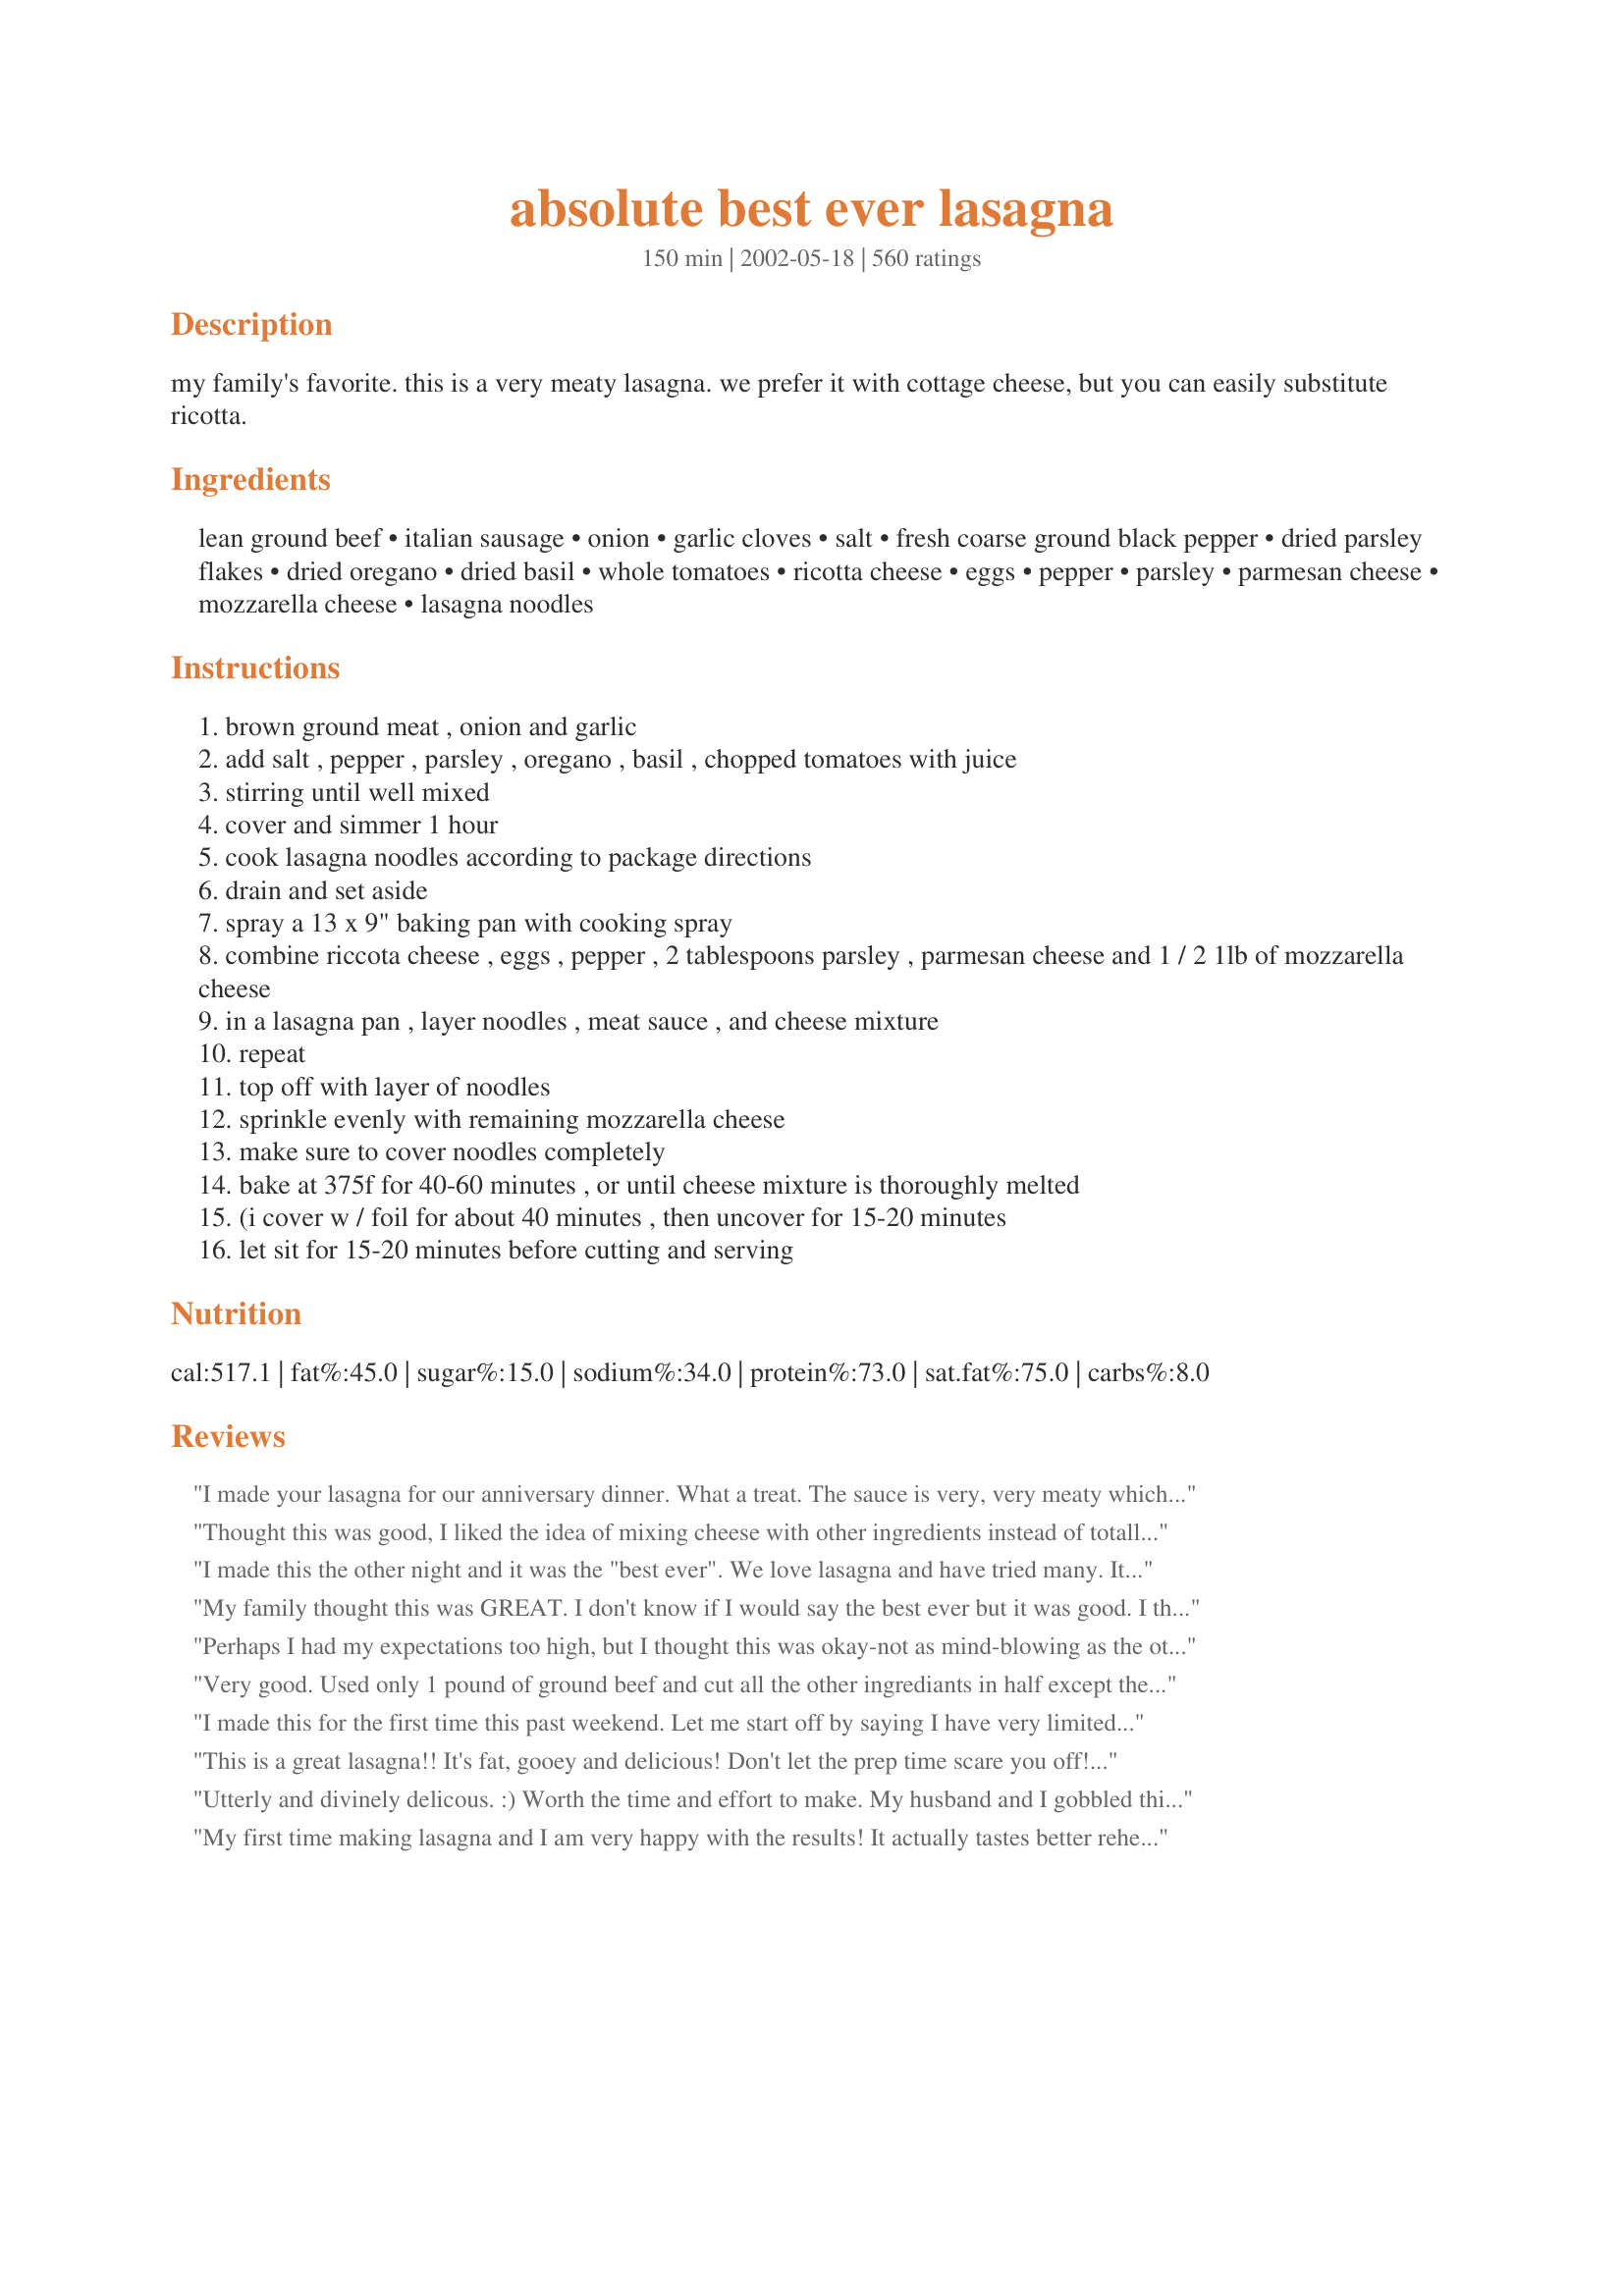
absolute best ever lasagna
Preparation time: 150 minutes

my family's favorite. this is a very meaty lasagna. we prefer it with cottage cheese, but you can easily substitute ricotta.

Ingredients:
lean ground beef, italian sausage, onion, garlic cloves, salt, fresh coarse ground black pepper, dried parsley flakes, dried oregano, dried basil, whole tomatoes, ricotta cheese, eggs, pepper, parsley, parmesan cheese, mozzarella cheese, lasagna noodles

Steps:
brown ground meat , onion and garlic
add salt , pepper , parsley , oregano , basil , chopped tomatoes with juice
stirring until well mixed
cover and simmer 1 hour
cook lasagna noodles according to package directions
drain and set aside
spray a 13 x 9" baking pan with cooking spray
combine riccota cheese , eggs , pepper , 2 tablespoons parsley , parmesan cheese and 1 / 2 1lb of mozzarella cheese
in a lasagna pan , layer noodles , meat sauce , and cheese mixture
repeat
top off with layer of noodles
sprinkle evenly with remaining mozzarella cheese
make sure to cover noodles completely
bake at 375f for 40-60 minutes , or until cheese mixture is thoroughly melted
(i cover w / foil for about 40 minutes , then uncover for 15-20 minutes
let sit for 15-20 minutes before cutting and serving

Reviews:
I made your lasagna for our anniversary dinner. What a treat. The sauce is very, very meaty which is how my husband and I like it. Sometimes, at restaurants, it is hard to detect any meat at all in the sauce. Great seasonings and the cheese adds a delectible richness. I do recommend letting the lasagna sit for about 15-20 minutes before serving. Otherwise it is a little runny. I have found that to be true with all the lasagna recipes I have tried. A gem of a recipe. Thanks.
Thought this was good, I liked the idea of mixing cheese with other ingredients instead of totally seperate, but I really think I like using the ricotta better. I will try it again using ricotta and adding a tad bit of wine.
I made this the other night and it was the "best ever". We love lasagna and have tried many. Its not that we dont like the others but haven't quite found "the" one. Well now we have found "the" one. This is a great tasting casserole that i served with a lettuce salad and garlic bread. Superb........Stephanie
My family thought this was GREAT. I don't know if I would say the best ever but it was good. I think my only problem with it was because I am use to using ricotta cheese and tried cottage cheese this time. Next time I make it I will give it a try with ricotta cheese. I will tell you that the beef mixture with the spices and tomatoes was REALLY REALLY good.
Perhaps I had my expectations too high, but I thought this was okay-not as mind-blowing as the other reviews. I followed the recipe to a tee and although good, I certainly have had much better. Giving a recipe 5 stars means perfection...and I am afraid to say I didn't go for seconds.
Very good. Used only 1 pound of ground beef and cut all the other ingrediants in half except the onion and garlic and baked in 9X9 pan.
I made this for the first time this past weekend. Let me start off by saying I have very limited cooking skills. However I decided to give this a try and let tell you, it turned out amazing! I used ricotta rather than cottage cheese. This recipe will rival any lasagna. Just incredibly good hearty lasagna.
This is a great lasagna!! It's fat, gooey and delicious! Don't let the prep time scare you off! Once you get the meat/tomato sauce on to simmer, it's an easy fix! Thanks!!
Utterly and divinely delicous. :) Worth the time and effort to make. My husband and I gobbled this up and had incredible leftovers for a few days. I've never loved leftovers more! Thanks NurseDi, this one is a winner...
My first time making lasagna and I am very happy with the results! It actually tastes better reheated. The top noodles got crisp and leathery so next time I make this I am basting the top layer in sauce and covering with foil for half the baking time, then adding the cheese and baking the remaining time uncovered. I used fat-free cottage cheese, 6 garlic cloves, added about a tablespoon of nutmeg and made my own Italian pork sausage before hand. I will be making this again many times I am sure. I think I will increase the cheese sauce some and will try adding a few dollops of sour cream and some Munster cheese to the cheese sauce mixture for more creamy richness and flavor. I will also need to improve on my Italian sausage recipe.
Awesome Lasagna recipe! I took this recipe and made it for a OAMC session. I then made it into two smaller casserole dishes for two lasagnas and they were overflowing with the food. I then froze both, thawed one all day and baked it according to directions. Tasted fabulous and I was able get 8 large slices out of one casserole so with both I have 16 servings vs the 10 the recipe estimates for servings. I will definately be making this again.
I made this lasagna for my inlaws when we were visiting them, and we all ate the leftovers for 3 days! It was delicious! I too added a bit of spinach to the cheese mixture just to add a bit of color and flavor. It got so many compliments!
Yummy lasagna! I did use regular spaghetti sauce instead of making it, though. Next time, I&#039;ll put it in a bigger pan because I didn&#039;t have room for everything in my 9x13. Thanks!
Great lasagna recipe!! My family and I don't care for cottage cheese or ricotta cheese so we left that ingredient out; it didn't affect the recipe at all. As others have said, the lasagna should sit for 15-20 minutes after it comes out of the oven because otherwise it is a little runny. This recipe is definitely a keeper in our "Great Recipes" book! Thanks a lot NurseDi! :)
This really is the absolute best ever. My picky husband loved it! I didn't use sausage and instead used all ground turkey.
I also used half ricotta and half cottage cheese, as well a 1 lb. of Italian sausage and 1 lb. of ground turkey meat. I threw a bay leaf in the sauce as it simmered. Good stuff, I had some for breakfast too!
Made this recipe before. Friends and family love it! Made extra meat sauce and served it on the side. I also added extra mozzarella cheese between each layer. It's really was fantastic
Ill say Best Ever Lasagna! Made it with half Italian sausage (minus the casing) and half mince. Used ricotta cheese. Was creamy and beautiful. My mother, who isn't a "believer" in recipes, had to eat her words after trying this. Definately one to impress the flatmates with..!
OMG this was the best lasagna we have ever had. My DH said this is the recipe he has always wanted to make. He said if your DH hadn't married you for this recipe, he would have! THANK YOU for this recipe, I will always use this for spaghetti sauce and every other pasta sauce.
The best indeed! I followed recipe exact, but due to limited time, I used no cook noodles and added a cup of water to the sauce after it simmered for an hour. Turned out yummy! Can't wait to make again for company...thx!
I made this recipe for company the other night and everybody loved it. I, personally, usually opt for quicker recipes but this recipe was worth the time that it took to put together. I will certainly make it again for company though probably not just for a weeknight dinner.
Now trying not the greatest cook, but egg in lasagna first for me, give outcome later. ?
Made for friends and family to rave reviews. What a delicious lasagna!
Yes! this is very good. I even had to cut the simmering time to 30 minutes, used whole wheat lasagna noodles, and used roasted crushed tomatoes and it came out fantastic!
Amazing! This recipe made me look like a pro :) Added some red chili flakes to the sauce to spice things up. I'll definitely be making this again.
Excellent recipe! My DH loved it! I used a little less meat because it was all I had. I also used 2t each of the herbs. Thanks for a great recipe!
Is the amount of tomato paste correct in this? It seems to be a lot. Unless tomato paste is different in the U.S. to Australia? Really want to make this though. Would really appreciate any help
I was looking for a lasagna recipe that I had made before. I forgot to save it and couldn't find it in all the lasagna recipes on here. After spending way too much time searching, I decided to make this one instead because of it's rave reviews. While everyone thought it was good, no one went back for seconds. It worked in a bind though. Thanks.
Incredible recipe. It is moist, combination of flavors is spot on, it is moreish, very filling and the whole family loved it. I followed the recipe pretty much exactly (took a bit of liberty with the herbs, spices and parmesan) and it turned out awesome.
I have made this ALOT! It is my familys fave! The italian sausage makes it taste amazing and add's so much flavor! Thankyou for the amazing recipe.
Yup. The title didn't lie. Even my mom agrees. Best ever. I think the other &quot;crunchy&quot; reviewer forgot to fully cover with foil while it cooked. I bought cheap, generic lasagna sheets and they cooked just fine. (40 minutes in steam would cook any pasta. Lasagna or not.)
Wow! Delicious...I used half ground chuck and half lean ground beef because that is what I had but I am excited to try it again with the sausage. Also, we enjoyed the taste of this with the cottage cheese but I can't say that it made the dish one way or the other so I would say the ricotta and cottage cheese are pretty interchangeable here. Also, I used no boil noodles and the ones on top didn't really cook because I didn't put more sauce on top so if you do opt for no boil then put more sauce on the last layer and then the extra mozzarella. Thank you!
This IS the absolute best ever lasagna! I made it in my 9x13&quot; rectangular crock pot, didn&#039;t boil the lasagna noodles, and added a cup of prepared pasta sauce over each layer of meat sauce to compensate (for the unboiled noodles). My family loved it! Will definitely add this to my list of favorite recipes!
My daughter and I made this for a dinner which her new boyfriend attended. He was impressed and everyong enjoyed it. Left out the sausage, used canned spahgetti sauce. Thanks Di!
This was really good but the there should not be a layer of noodles on top. It should have had sauce then cheese. The noodles got super hard and the cheese became one with the noodles so you lost the ooey gooey effect. Great flavor, but missed the mark with the execution.
Excellent Lasagna. Used ground corn & clover fed venison instead of ground beef and it turned out phenomenally. Thanks for sharing the recipe.
After reading all of these 5 star reviews I thought this was going to be insanely good. Unfortunately, it&#039;s just a run of the mill lasagna. I didn&#039;t find anything special about this. It wasn&#039;t saucy enough (on the drier side than I like), not enough cheese (not gooey!), and the meat mixture was pretty standard. I&#039;m moving on to find a better recipe. Unfortunate too, since making lasagna is time consuming I was hoping for better.
I served this for a Holiday party. Both kids and adults loved this. The only comment that I received was that they wanted more meat. I didn't use cottage cheese as that's not a favorite in this household. I used a mixture of milk, marscapone and eggs instead. It was wonderful!
I have made this several times and it has always been a bit hit, but last night a friend of ours who has the hardest time asking for anything in her life called me and said, do you know what i want for my birthday this year (normally the most depressing day in her life according to he). - no -- a tray of your lasagna -- that she could ask for it was amazing and it reminded me to say thank you -- sometimes food not only tastes good, but it heals.
FANTASTIC! My fiance said &quot;don&#039;t change a thing about it&quot;. That means alot coming from a chef! The batch lasted the two of us forever and I ended up having to make more sauce (which I actually added more sausage to)! I topped it with homemade alfredo sauce and now this is going to be a staple. Definitely going to freeze 1/2 right away next time though! I would say if you like a heaping of red sauce on top then 1.5 times the sauce recipe (at least!)! OH! And 12 lasagna noodles are PERFECT for a 9 x 13 pan! What the heck am I gonna do with the extra 6 that I made?!!! Oh, Drown them in the extra sauce! YUM!!! Seriously, no doubts about this recipe.
PS. I used Ricotta cheese and a Parmesan/Romano blend and spicy Italian sausage. I&#039;m gonna use a bit more italian sausage next time though! That was the ONLY criticism from the man!
Hands down this is by far my favorite lasagna recipe. It's easy and always turns out perfect. My grandson requests it several time every month and it's the number one request at family get togethers.
Not the best lasagna ever, but good. I added about 3/4 cup thawed frozen spinach to the cheese mixture, but followed the directions other than that. Will probably make again. Thanks for sharing.
I used 2 lbs ground beef instead of 1.5lbs ground beef &amp; .5lb sausage. It turned out really delicious but I felt like it did not have quite enough salt. Great recipe but if you are omitting the sausage, then you may need to increase salt.
I have made this lasagna a few times, and very time it turns out amazing! The only change I make is I use all lean ground beef in place of italian sausage. My husband and daughter love it!
great flavor. I like to think we are geting lots of vegetables in every meal so I added diced spinach, mushrooms and zucchini and my kids didn&#039;t pick anything out. That&#039;s a change.
One word de-li-cio-so!
What can I say that hasn't been said, This is GREAT Lasagna.
Love the Combination of meat in the sauce. I used fresh Lasagna noodles. Very Good,I will be using this Recipe when I make Lasagna. Thank you for posting. ;)
This was an amazing lasagna, and I got nothing but compliments about it. I used the no boil noodles, although I wasn't sure I should, but it turned out fabulous. I let the sauce simmer most of the day, and used fresh mozzerella. FABULOUSO!!
This really is the best lasagna ever.
Easiest recipe to follow ever! I haven&#039;t made homemade lasagna in years and it came out perfect! I love the Italian sausage and beef combo. I used half and half cottage cheese and riccata with a can and a half of water in the tomato paste can. I topped the noodles with sauce and the cheese. Baked covered in Gould for 40 minutes and then without for 20 just as the author suggested. Delicious!!
Excellent recipe with a few simple tweaks. Added a cup of tomato sauce and a cup of beef stock to the sauce to make it just a little thinner and changed the layering order to end with noodles, cheese mixture, sauce and lastly cheese, to keep the noodles from getting too dry on top. Also baked for 25 minutes covered, then 25 more uncovered. Very easy basic recipe to customize to your own tastes (I added just a hint of red pepper flakes and about a teaspoon of crushed rosemary). Needed a few too many adjustments to be 5 stars, but still a wonderful, tasty recipe for anyone looking for a good starting point!
Fantastic! Very meaty lasagna. I used ground turkey instead of ground beef and whole wheat noodles, but otherwise kept everything the same. All seven people at our dinner (4 adults and 3 kids) raved about the delicious lasagna. We served it with a big Caesar salad and Garlic Bubble Bread #21547. Yum!
Amazing!! Sauce is what does it! I halved the recipe too, and it still turned out. I tweak it a bit, more for my tastes. Adding some sugar and extra garlic. I kept the large can of tomatoes, but purchased the chunk kind (I didn&#039;t feel like cutting them myself). And, of course extra cheese. This recipe can be altered in many ways, that will not affect the flavors. I will for sure use this again!!
I'm italian as well as have lived in Italy so it's hard to please me ;) But this is def. a wonderful recipe and super easy to make!
Simply delicious! This will be my family's only lasagna recipe. I did make a few minor changes which I am sure did not affect the outcome in the least bit. I used a pound each of sausage and beef and I also substituted half the cottage cheese with ricotta. Knowing me I probably added more garlic, too. My guests all said this lasagna was superb!
Thank you so much for this awesome recipe! I prepared it for a church fellowship meal for about 50 or so. Everyone raved over it and requested the recipe. Definitely a keeper. I made no changes, just multiplied the recipe to feed a crowd :)
Wow! This WAS the "Absolute Best Ever Lasagna"! I followed the recipe exactly, and served it with a spinach salad and garlic bread. It was much thicker than the lasagna I usually make, and wonderfully meaty and moist. Thanks for the recipe! This will be the one I use from now on when I want a great lasagna!
This was very bland and dry. After spending all of the money to make this dish, I was very disappointed. It needs a red sauce. The recipe only calls for 2 undrained cans of whole tomatoes. Even at an Italian restaurant, lasagna has some kind of red sauce in it. Once baked, it looked very pretty, but taste was disappointing.
I made the recipe as written except that I used ricotta and I didn't have the tomatoes for the sauce, so I used a jar of Prego (1lb 8oz) instead. I thought that the sauce looked good as far as amount and consistency. Ok, I'll admit that I had difficulty with choosing the right size pan. I have a metal 9x13, but that seemed too small, I was afraid my glass 11x13 had sides that were too small - plus it was too much overlap with the noodles. I chose a larger glass pyrex that I have - it's about 10x14. I thought that leaving off with the noodles was strange, but I figured the sauce would come up and around during baking. It didn't, and the top was all hard and dried out. Although the fillings/layers covered the area, they were thin, and the result was a very dry, crumbly lasagne. I couldn't taste the sausage. it was very disappointing. I had about 2/3 of the pan left after dinner (for 5). If I made it again (and that's a big if), I'd probably opt for the smaller 9x13 pan and put sauce on the top before the cheese.
this is truly the best that I have tried in 63 years! Lots or options to make it your own, family loved it!! True 5 stars yall
UBELEIVABLE!!!! i am not a cook perse but this is the best lasagna i have ever tasted much less made..better than my mom's which i always considered the best lol...shhhh dont tell her hehe.my changes were half ricotta (cuz i LOVE it!) and the other half of the amount i used cottage cheese, i also added 2 tablespoons of brown sugar (i love sweet pasta), also sub 1lb of turkey insted of 1 1/2 ground beef..next time i think im going to try the sweet italian sausage..curious as to how that would be..thanks for this incredible recipe and making it look like im a seasoned cook!!!!
YUM. Made this polenta instead of noodles and all italian sausage, no beef. So tasty.
Husband liked this more than me. I used the Barilla no boil lasagna noodles which I would never do again. The noodles just kind of disappear in the lasagna....you can't even really tell there are noodles. Consistency is different. I thought it pretty much wrecked it. I would probably make again but would change some things to our liking. I would cut down on the onion...I thought it added too much sweetness in the sauce, for me. I also will probably switch to ricotta instead of cottage cheese. I also used Parmigiano Reggiano which is wonderful if you have never tried. I also changed the meat by using a pound total of ground beef and the italian sausage. I also put approximately a four inch squirt of anchovy paste to add more flavor to sauce.
I have not tried this recipe yet. Having read some of the reviews I need some clarity. Does it mean undrained for the whole tomatoes to add the liquid? Do I drain the browned ground beef mixture or leave the grease? It sounds good but I&#039;d like a complete recipe.
We just finished dinner less than 30 minutes ago and I'm already posting a review. I've made lasagna before but it never came out right. This was excellent! I added some chopped portabella mushrooms and red pepper flakes to the meat mixture then added a package of frozen spinach to the cheese mixture. Great recipe, my family enjoyed this!!
Love it - it's the only recipe I'll use for Lasagna. I don't normally eat leftovers but this I look forward too. Thank you for sharing.
Now this is truly outstanding. Absolute best is right. The sauce is they key. The combination of ground beef and Italian sausage is brilliant. Lots of oregano and basil too. Very rich with cheese too. We LOVED this and believe me, I am spreading the word. Thanks for posting this.
I personally think that this is a fantastic recipe. Thank you for sharing. As far as GRITSgirlie&#039;s comment in April. Yes, you misread the recipe.
Oops, I forgot to review this. I made this for daughter's baptism and it was a big hit. The taste is excellent. I have tried numerous lasagna recipes searching for the "perfect" one. This is by far the best I have tried. I prepared this the night before and just popped it into the oven when we got home from Church.
I am posting this review to inform others &quot;what not to do&quot;.&lt;br/&gt;I prepared the sauce the night before so the flavors could blend.&lt;br/&gt;Knew right away the sauce was right on target. Loved the smell of it and the thickness.&lt;br/&gt;Mistake #1 I added like 1/3 cup red wine. (habit)&lt;br/&gt;Preparing. Mistake #2 I used fresh mozzarella.&lt;br/&gt;&lt;br/&gt;End result, not terrible but a bit too much moisture..my fault.&lt;br/&gt;I will make again and stick to the recipe.&lt;br/&gt;Usual reviews are I added this, I did this, I did not use this...&lt;br/&gt;Great recipe, my results , my problem.&lt;br/&gt;PS My hubby shops, I cook. I knew the fresh moz...was going to be an issue.
OUTSTANDING lasagna!! This is a new staple in our house! Not too difficult to make, at least it wasn't for me. In other lasagnas I've had before, the cheese mixture in between the layers was always 'eh' and 'so-so' - this was incredible! If it weren't for the eggs in it, I would eat it straight by itself!! LOL! Thanks Nurse Di, this is a REAL winner!
No offence to the author of this recipe. I don&#039;t like putting down other peoples&#039; taste but this was terrible! It was dry and the top noodles and cheese crisped into a shingle like consistency. Good thing being is that it allows me to make a &quot;redemption&quot; lasagna from a better recipe. Don&#039;t waste your time on this one unless you aren&#039;t familiar with &quot;good&quot; lasagna.
Very Awesome Lasagna, absolutely awesome!
You made me look like a MASTER CHEF!

I followed the directions to a T, with 2 exceptions. I used ricotta cheese instead of cottage cheese. I also used 2 tbsp of Italian Seasoning.

Next time I will add some dried chili flakes to give it some heat.

My DH said it was the best lasagna hes ever eaten.
Awesome!!! I made this for dinner last night, and it was a huge hit. I did, however change the recipe a little. Instead of the recommended amounts of meat, I put in one pound each of the ground beef and Italian sausage. I also put in four cloves of garlic. I will definitely make this again!!!
Im so sorry, and I am not trying to be mean, but this was awful. We&#039;re minorities, so we love seasoning. I tried this the way it was because of the reviews and it smelled amazing. When everyone bit into it their faces told me, This is gross. I tried to doctor it up, and nothing worked, never again. I will say Now that I have the basics down I will try my own recipe next time. Thanks for posting.
This just became my new &quot;go to&quot; lasagna recipe which I&#039;ve been hunting for. It is delicious, simple and the flavours aren&#039;t complicated, which I appreciate...it is a great old school meaty/cheesy lasagna!! My husband &amp; our friends agree, &quot;throw away your other recipe&#039;s that you&#039;ve clipped, saved or copied from someone, this is the one&quot;. Do try the recipe as is the very first time (it appears as though the author has edited it &amp; updated it based on other reviewers comments, so trust it, it is current and easy to follow) but also be creative and make it your own next time by adding spinach and/or nutmeg to the ricotta mixture...or replacing some of the meat with chopped portabella mushrooms. Regardless of how you make it your own, keep this recipe as your base. It is wonderful and delicious!
We loved this!! I added the cottage and ricotta instead of one. It was amazing.
After 20 years of marriage and making lasagna, I finally got a &quot;hey, you should write this recipe down.&quot; I followed recipe as is, but used grass fed beef and whole wheat lasagna noodles (uncooked). I added a tomato paste can and a half of water, and put sauce in the pan first, followed by the raw noodles, then the layers as specified. I took the advice of others and cooked 35 mins covered and 25 mins uncovered then let it sit for 15 mins outside of the oven. My secret.....use San Marzano tomatoes. If you haven&#039;t tried these, DO IT. Worth every penny. Oh, also added about a teaspoonful of brown sugar to the sauce. Delish!!!
Dis&#039; be da Judge ! Yes&#039;sa ! Dis&#039; be da judge !!!!&lt;br/&gt;Mmmmmmm .... Mmmmm !!! Slaps ma&#039; Mammy and calls me .... Da Judge !!! &lt;br/&gt;&#039;Dis be juss .... &quot;Laripin Goooood !!!!
Fantastic flavor! I made according to directions except used a slightly smaller container of ricotta than called for. Next time I&#039;ll use a larger container.
I served this for my family and friends last night. It was really good and the husbands went back for plentiful seconds! I love the flavor and texture of it, very creamy and moist. I even used the no boil noodles. I prefer my lasagna more "saucy" so I didn't give it 5 stars, but still very good!
Thanks Ratherbeswimmin! Seriously, this is the best I've ever made and I'm VERY picky about lasagna! I think a lot a lasagna recipes have a sauce that's much too sweet and not cheesy enough . This was exactly what I was hoping for! For years Iâ€™ve been using Better Homes & Gardens Classic Lasagna recipe thinking it was the best until I found this one. Iâ€™m confused by those who think this was way too salty. Maybe they put in a tablespoon instead of a teaspoon. The only change I made was to add some muenster cheese, just because I like a lot of cheese and I only used two layers of no-bake noodles. I think simmering the sauce for as long as you recommended was a real key to the taste. Excellent! This will be one I will pass on to everyone!
Yep! It's the best lasagna ever! I think we have a new tradition for Christmas dinner. I assembled it yesterday. I used 1lb. of ground turkey and 1lb. of spicy pork sausage, cottage cheese and added a little more seasoning to that mixture, crushed tomatoes instead of whole. I only had one can of tomato paste, and used no boil noodles. I added about a up and a half of water to the sauce as per the directions on noodle package . I like sauce on the top, so I just saved some to use on top. I baked it covered for 1/2 hour and uncovered for 15 mins. It came out PERFECT! Thanks for sharing this fantastic recipe.
I've made this recipe quite a few times now. Its always a super hit! The best recipe for lasagna I've ever made and now this is the only one I'll make. Thanks for posting it!
this is very very good very good flavor makes the kitchen smell good when making thnaks for sharing
Have used a similar recipe for years. For the sauce, I use an 8oz can of tomato sauce, and 28oz can crushed tomatoes, and only put sugar, salt, parsley and basil in it. Simmer uncovered for 45 minutes. Put the oregano in the cottage cheese/ricotta mixture (I use half and half with no egg). I add a little sauce to the pan, and then layer no bake noodles, meat sauce, mozzarella, and cottage cheese mixture. I bake it at 350 uncovered for 45 minutes
Delicious! Made exactly as written! Thanks!
The recipe is ok but no Italian I know uses Cottage Cheese.
This was SOOO good!!! Will make again. I used half ground chuck and half sausage, also did half and half with the cottage cheese and ricotta. Thanks for sharing!
Very good =)
A wonderful recipe. I love that there is enough sauce and enough cheese filling so that there is no skimping as you build the layers. I used turkey sausage and extra lean ground beef, and all the cheeses were lower fat. I also used whole wheat noodles. It would be great no matter what you used. This will be my go-to lasagna recipe.
This is our &quot;traditional Thanksgiving lasagna&quot;!! My kids are not big turkey eaters, but, as good Italian children, lol, they love their pasta. This year my son is in his 2nd year of college, and he&#039;s looking forward to coming home for Thanksgiving -- especially for this lasagna! And it&#039;s even better as leftovers! :) With 8 of us for dinner this year, even with an 18 lb. turkey, I&#039;ll be making a double batch. :)
Wow is right...wish I could this a 10 star rating..definitely the best lasagna recipe I have ever tried...don't think I will try any other ones. The only adjustment I made was to add a paste can of water..my sauce up to that point was very thick..thank you for sharing this wonderful recipe...Carrie
If you&#039;re new to making lasagna--like myself--these instructions were a bit vague (unless I miss counted, the &#039;add the next five ingredients&#039; should have been &#039;six&#039; to include the tomato paste). I had to find a youtube video to make sure I was layering the dish correctly. It could have used more ricotta. The lasagna was good, but I found it a bit lacking in flavor. Next time, I will use to this recipe as base, but I will improvise.
This is a really good recipe! I looked at a few recipes before deciding on this one. Glad I picked the right one. My husband used to hate lasagna. Now he can&#039;t live without it (smile).
This was my first lasagna recipe. I made it two weeks ago and I&#039;m making it again right now. I made a few changes since I&#039;m a little picky. I only used ground beef, added sugar to the sauce and used Half ricotta and half cottage cheese. That made a huge difference. Best lasagna ever! Also layered pepperoni and olives as per my boyfriend&#039;s request. He loved it! This will be my go to lasagna recipe. Also I did not have tinfoil so I flipped another metal baking pan on top and lowered the temp to 350 and it worked fine.
We have just finished this for our supper and I had to come in and review it right away.The name is true for sure!I have been using the same Lasagna recipe for quite awhile now but was on the hunt for something better,this is it.The only changes I made was to use one can of tomatoes,which was still plenty and I added mushrooms and green peppers to the meat sauce.Thanks for such a great recipe!
It says brown ground beef and then add tomatoes. Do you strain the ground beef first? Or leave the grease?
WOW this lasagna is GREAT. I think the best i've ever had!
Tried it for my family didn&#039;t think I can do it even though I cut up itilian links in stead of putting in Italian sausage mixed with lean ground beef it still came out really really good the kids loved it and so did I. Easy and quick didn&#039;t know they had the skinner lasagna pasta that you don&#039;t have to boil that cut the time on the cooking.
I did enjoy this recipe the first time I made it, but the second time I added a few things.
I added a bell pepper, finely diced to the sauce, and a beef bullion cube for added flavor. I also added a few more cloves of garlic also a T of brown sugar. and in the cheese filling I omitted the cottage cheese and added ricotta and 1/2 C of shreded monterey jack cheese and 2 T of sourcream, a sprinkle or two of garlic powder.

Not enough tomato and sauce , too dry
I loved it, and so did the rest of my family. My husband doesn't like ricotta cheese, and I think the cottage cheese tastes better. I made it the night before, and re-heated it the next day. Thanks for a great recipe.
This was a definite hit in my house and my husband said it was worth at least ten stars. It is not difficult to make with impressive results. Thanks for the recipe.
Everyone had thirds!! One friend said his ex-wife's family owned an Italian restaurant. He said this was better than theirs and better than he had ever had. It was soooooo good!!
My boyfriend said this is better than his mother's, who is a fabulous cook and hard to compete with! Thanks!
I have made this several times and my family LOVES it! I sometimes double or triple the sauce ingredients and freeze some for later. Thanks for posting
This is the best lasagna! Everyone loved it! Thanks for a recipe I will be using for years to come.
By far the best lasagna i've ever made, this definitely replaces any other lasagna recipe I've used!
I did not find this recipes as mind blowing as I thought that it would be, but my hubby loved it. I thought that this was a very nice, very simple recipe that easily adapts to other people's preferences (like mushrooms/no mushrooms) and easily feeds a crowd. Give this a try and you will not be sorry.
We loved it ! My daughter thought it was better than grandmas. Being a single dad, if i can make this, anyone can! I know i'll be using this recipe again.
My boyfriend and I loved this recipe! The only thing I did differently, is I used the noodles that cook in the oven. You save time by not boiling them beforehand, and they are much easier to handle!
Today is my husband's gramma's 86th b-day and my mother-in-law makes lasagna every year for her. This year she lost her recipe and asked me to find something for her online. This was the closest one to her's and we all decided that it was way better then the one she always made... even my mother-in-law reluctantly agreed. To let everyone know she did exactly everything the recipe told her to do. WOW it was AWESOME!!
Very good! I made my sauce yesterday (your recipe) and put the lasagna together tonight when I got home from work. I had left over spinach dip so I put that in with the cheese mix kind of made it dump this in dump that in. Everyone has their own take on lasagna but this was really good. Thanks!! We really liked this! Winner! thanks swimmin, Nina
Very good lasagna. The only problem I have with it is the lack of tomato sauce like flavor and texture in the meat mixture. I think a can of tomato paste would solve that problem.
I made this again using Recipe #347336 for the sauce(I had it in the freezer). I put some of the sauce over the noodles and then topped with the cheese. Excellent lasagna. I had to make due with what I had on hand because of the nearly four feet of snow we have. Only had 15 oz. of ricotta, and six oz. tomato paste. I may save some sauce to put on top of the last layer of noodle then top with cheese as mine were very tough.
Great recipe! I have a real problem following recipes to a T, consequently my lasagna was sometimes good, sometimes not so good. This little gem is a god send for my family, NOW when we have lasagna it's ALWAYS good. Thanks for sharing this with us.
Oops - I rated a microwave lasagna that I used to get a sense of how long to cook in microwave instead of oven! This is the best lasagna I have ever made - I am not really fond of lasagna but my husband and I both enjoyed this very much. I increased tomatoes to match the additional meat I used and added some hot pepper flakes and about 1 tblsp of Italian seasoning blend. I also had leftover meat sauce that I look forward to serving over pasta.
Fantastic! I normally require a saucy lasagna (love marinara!), but this one was so good without having sauce drip out on all sides. Everyone loved it. Delicious! Thanks for the recipe.
Best EVER. Seriously. I've tried a few lasagna recipes in my day, and this is by far the best and SO worth the time spent. My sweet husband was very impressed. Thank you!!!
This is wonderful. I've made this several times, the first time I omitted the sausage completely and only used about 1 lb of ground beef. I don't like lasagna real meaty. It turned out wonderful. The next time I did use about 1/2 lb hot sausage along with the ground beef. Both times it turned out perfectly. I used Barilla no bake noodles and the result was just what I wanted. Thanks for such an awesome recipes! :o)
This recipe is amazing! I made it for the first time for my boyfriend and his father when we first started dating. His mother and sisters went to Mexico. Needless to say, I won over his father quick! Anyway, I now make it pretty regularly. The kids love it as well. I make it as written, except I double the seasonings and add a tablespoon of Johnny's salt. LOVE!
Followed the recipe. Didn't have a 'lasagna pan'. Came out dry and somehow the meat sauce lost favor during the baking process. I'm hoping it will be better as leftovers.
My first lasagna. Made if for Valentine&#039;s Day and my boyfriend loved it (and me!) Only change was to add 1/4 t. fennel seed and a tiny pinch of cayenne. Also tented it with foil while it cooked, and finished it under the broiler.
Let me just start by saying that I can't make lasagna. I don't know what it is, but I could never get it right. Until now! I thought this was soo good. It does take a little time, but thats fine by me! What was nice was that I had all ingredients in the house (except the sausage, but we still thought it was great). My dh brought some for lunch the next day and his coworkers were drooling! Now they all think I'm a great cook, LOL! Thanks NurseDi!
This is fantastic! I added a small can of olives to the sauce. It came out great! It was very easy & very tasty. Thank you!
This was best ever! Made exactly as recipe except used hunts 28 oz can pureed tomatos plus the two cans tomato paste because we like smooth sauce, no tomato chunks. Everybody loved it! Have found my go to lasagna recipe!
I loved this recipe using cottage cheese instead of ricotta cheese.
I am a real lasagne lover and have tried numerous lasagne recipes, I also have my own recipe that I adore but always want to try something a bit different. I loved how this lasagne has ricotta, I love ricotta but I found the ricotta topping to be very dry although I followed the directions to the T. Overall I found the whole lasagne to be very dry and lacking flavour. I had to add some stock while it was cooking because of the lack of liquid. I want to try this again but I&#039;m not sure if it&#039;s worth it. Considering I spent over $25 on the ingredients.
Hubby loves lasagna, so when I decided to make it, I wanted it to be a good one. :) While this is time consuming, it was well worth it. And besides, what really good lasagna recipe ISN'T time consuming? lol Made this as written. While I can't guarentee it's the 'absolute best ever', I can say it's better than the restaurant ones I've tried, and currently at the top of my list. :) Thanks!
This was delicious! I followed the very important suggestion below to cover the lasagna with foil for the first 20-25 minutes baking. I also followed the suggestion to use some portobello mushroom in place of 1/2 lb beef, since I wanted to eat just a tad less meat. I also found that I could have made 3/4 the amount of meat sauce and cheese mixture, because I was able to make an extra mini-lasagna!! Anyway, this was a great success overall and I am relieved, since I had never made lasagna before.
Very good lasagna! I used diced tomatoes instead of whole and ricotta. It was great. I halved the recipe and wish I made a whole one so there would&#039;ve been more left over. Very tasty! My husband said that he didn&#039;t taste the sausage in it so if u like more of that flavor add more. I thought it was perfect. I can&#039;t wait to make it again!
This is EXACTLY the same as the lasagna recipe I got from my best friend back in high school...in the late 60&#039;s. It is INCREDIBLE &amp; believe me, I&#039;ve made lots of lasagnas over the past 45 years! This recipe takes a bit more time, but what good Italian cooking doesn&#039;t? Leftovers freeze well too...if there are any. I&#039;ve even caught my dear SIL making a &quot;sandwich&quot; using cold lasagna, sliced into thick slices. Oh...be sure to use a deep straight-sided baking dish. The Bobby Flay line of stoneware sold at Kohl&#039;s has a very nice one with handles that is great for this lasagna. This recipe is so generous it will overflow a standard 9x13 glass pan. And be sure to let it &quot;rest&quot; about 10 minutes before cutting or it will ooze it&#039;s cheesy goodness all over the plate!
Excellent! I used VENISON and my husband said it was the best I have made and my daughter loved it! I didn't have any italian sausage but I will use it next time just to taste it. Otherwise, I followed it all (except I ran out of Parsley so only used about 1/4 of what was called for. The venison was a perfect match for the recipe, couldn't taste the game at all and we don't mix our meats when processing! This will be the recipe I use from now on!
i am going to give it a 4 star beause no one ask for me to cook it again even though we all ate two servings of it.
This was really delish dish! Whole family (even in-laws) had extra helpings. I used cottage cheese and a italian cheese blend on top and it turned out wonderful. Thank you for the recipe!
Far from the best lasagana ever. Mine turned out too dry. The canned tomatoes didn’t really cut it for a sauce.
My mother made the best lasagna in the world. She has been dead for the last 30 years and the recipe went with her. This recipe is a grand replacement for her's. Truly a GREAT one!
Wondered what had happened to 'Nurse Di'!!!!

Fixed this tonight for my wife and we both agree, it's wonderful.

Due to time restraints, had to cut back to 30 min on the 'simmer' portion of sauce, but was still as tasty as could be.
I have to fully agree with many others, an outstanding recipe. Simmering the meat sauce for the hour makes a difference in a lot of the flavor. Don't skip it. 
I cut out the tomato paste (watching my carbs). I used ricotta instead of cottage cheese. And I used fried zucchini slices instead of noodles. It's even amazing cold! Thank you for a wonderful recipe!
Felt that it needed tomato paste or tomato sauce
I have never made lasagna but love it so much. I have just always thought it was to much work. Well this is a great recipe. It is so delicious. I made it with cottage cheese. I cut the recipe in 1/2 since it was just my husband, my son and myself. My son (pickiest 7 yr old ever) ate 3 servings! The left overs were even more amazing. Defiantly a keeper and easy too. I will make this now all the time instead of frozen lasagna!
Okay I have to admit...I completely surprised myself tonight. My other half chose lasagna for me to make for dinner...the only problem is 1) I have never made lasagna, 2) I don&#039;t eat meat, and 3) I was going to have to use fresh herbs from the garden...which I really haven&#039;t done much. So making a real lasagna from scratch was going to be a challenge to say the least. Four hours later...er...dinner at 9 p.m...we sat down at the table and had some amazing lasagna and here is the biggest surprise of all, I ate some of it and liked it! Crazier things have happened, but this was a great surprise for me. Oh and we have a ton of the stuff left over so it looks like we will be having lasagna again tomorrow. We used fresh herbs from our garden and just added to the delicious flavor.
Next time I will add some wine to the sauce. It was good but not the "Absolute Best" we have ever had!
I've made similar tasting sauces, but what sets this recipe apart is the wonderful texture. The lasagne sets up beautifully and cuts like a dream. I did add a can of tomato paste water. I think the cottage cheese makes it more creamy than the ricotta, too.
I had decided a long time ago that I needed to try my hand at making my own lasagna. This weekend, I finally did it... and used this recipe. I was cooking for a crowd, and everyone loved it. My boyfriend - whose best friend&#039;s family is from Italy - even said it was the best lasagna he&#039;s ever had. I did tweak it a bit - I roasted a red pepper, pureed it, and added it with the tomatoes and meat while simmering. I also added some chili pepper paste, some black pepper, and some garlic salt to the mixture. Thank you for posting this recipe - I will be making it again for sure.
Fantastic recipe, very easy to follow, tasted great! I added a tsp of garlic powder to the meat sauce. The longer it cooks the better it tastes! I didn&#039;t cover the lasagna and this made the top noodles a bit hard, so definitely recommend covering it as per the recipe. Thanks!
Super Yummy!! I added a little more cheese though. Everyone loved it!!!
This is the recipe my mom used for years and I have continued using for 46 more years. It is the best ever! My husband likes it better than any he orders at the best Italian restaurants. It may not be authentic, but the taste is outstanding. I'm glad you shared it.
I have been teaching myself how to cook and thought I would give lasagna a try. I used this recipe after the enticing photos caught my eye. I was a little confused at the term &quot;divided in regards to the mozzarella cheese, and didn&#039;t realize there was an entirely separate pan made just for lasagna. However, I was able to make this recipe. It was really easy to work through - even for a beginner like me, and it was absolutely DELICIOUS! Thank you so much for the family recipe. Five stars over and over!
Very Nice Flavor - the only change I made to the sauce was to add 1/2 Tsp red pepper flakes and 1/2c dry red wine. If you use the oven ready lasagne noodles, you can layer it into 2 8x8 dishes and freeze one for later use...handy when you're cooking for just two people. Thanks NurseDi!
Good basic lasagna recipe. I however found it a little dry. I ended up adding more sauce, but that is a personal preference of my family. I used 1 lb ham burger and 1 lb sausage. I also adjusted the sauce seasoning to taste. Finally, given the concerns others had on the salt content I did not salt the sauce or meat, but did add salt to the cheese mix. I baked half right away and placed a second small pan in the freezer for later.
Dry? - definitely if you use the wrong type of noodle. Use &quot;OVEN READY&quot; pasta not regular which requires a lot more liquid
Thank you ratherbeswimming. This is the best lasagna recipe ever!! I had nothing but praise about it. This will be my go to lasagna from now on. I made it on a Monday and had it on Wednesday just to let the flavors marry. It was so flavorful so yummy!!! My hubby said it was to die for and my<br/>brother in law said 20 gold stars. Thanks again for sharing.
Wow! This was great.
This lasagna definetely upholds its name. I was never a big fan of lasagna, but with this recipe, I'm sold. Very easy and delicious. I used the canned diced tomatoes with oregano, basil & garlic even though the recipe has all three because I already had that in hand. I didn't use less herbs but it was not overpowering. Loved it, loved it, thanks for sharing!
I made this last night. It is the first time I have ever made lasagna and it turned out great. It says 2:40 for prep and cooking, as a beginner it took me about 4 hrs. total time. I compare this to Olive Garden, it is that good!! You wont be dissatisfied!
Made this for the second time today and loved it. Did make one minor tweak - I had errands to run, so instead of simmering on the stove, I put the sauce in the slow cooker on low for 4 hours. Worked out perfectly.
This lasagna was amazing the only thing I did different was used no boil noodles and put a little white sauce ontop of the ricotta layer. It was truly awesome!
It was delicious! We used half ricotta and half cottage cheese but otherwise followed the recipe. It's the best I've ever had, thank you for sharing the recipe! YUMMY!
Absolutely the Best Lasagna Ever....I was at work when my husband called and said we were having company for dinner. With nothing planned I googled "The best lasagna ever" and this was the recipe that came up first. It was delicious. I read back to one of the comments that said it was bland... They must have had their taste buds removed!!!
I didn't think it was possible, but this recipe was so good that it now replaces my mother's in my "everyday favorites" cookbook. We used Cottage Cheese....and I WAS going to take a picture, but it was gobbled up too fast. I really think you need to use Italian sausage because it adds such a great dimension to the flavors. Great job!!
I have used the same recipe for lasagna for over 40 years. I was never really thrilled with the flavor or appearance but my family and friends loved it. My DD asked me to make lasagna for her 35th birthday. I wanted to try this recipe to try it out. I did't tell her it was a different recipe until dinner was almost over and everyone was raving about it. It went over with nothing but compliments. I did use one 12 oz ricotta and one 12 oz large curd cottage cheese and extra mozarella (being from Wisconsin and living near a cheese factory has its perks). In taste and appearance this lasagna rules!
Very Good Dish. Hubby and I love it.
My husband said this was the best lasagna he has had! The only thing I changed was to use 1 lb of ground beef and 1 pound of regular sausage. Thanks for helping me finally make an awesome lasagna!
Wonderful! My husband scarfed this down fast and it's been great for leftovers! Definitely something I will make often in the winter.
My husband says to me on Wednesday morning, "Oh, by the way, I volunteered you to make a lasagna for my work. We're having a Thanksgiving dinner." Anyway, I went right to Zaar and looked up the best lasagna rated recipes and I decided on this one. Needless to say, the dish came home totally empty from his work. I wanted a piece of the leftover for another picture, but nothing left. I just wanted to make a few notes, more for myself for next time than anything else: I used 1 pound of extra lean ground beef and 1 pound of Bob Evans Zesty Hot Sausage Roll, 1 cup of chopped frozen onions from a bag, about 2 heaping tablespoons of minced garlic from a jar, 24 ounces ricotta cheese instead of the cottage cheese as that's what the hubby asked me for, reduced fat grated parmesan cheese and a 1 pound box of lasagna noodles. Thanks for posting such a fantasic recipe that I know I will use again and again...
Love love love this!!! Best lasagna recipe I&#039;ve ever made!
This the same recipe I have used for years. I don't measure so it never tastes the same. Somethings that I do to it are: rotel tomatoes for a little kick, crimini mushrooms, and spinache. I also double the ricota cheese filling. Everytime I make it for a gathering no one worries about thier diet.<br/>Tip: I think that the no boil noodles really take away from the dish. I use regular noodles and do not boil them, just layer them in uncooked.......fine dining.
My favorite lasagna recipe. I use it frequently. I did it 3 ways, just ricotta, just cottage, and a 1/2 and 1/2 mixture of both. I prefer the cottage the best. Making it today for our daughters family as she just had a new baby and could use a home cooked meal!
This was the first time I have ever made lasagna and it came out beautifully. I absolutely love the Italian sausage in it and it was pretty easy to make. I totally recommend this recipe to anyone who loves a good meat and cheese lasagna.
After reading several pages of review after review that this was the best thing they&#039;ve ever taste, I was sold. Had to try i. And my verdict? Honestly disappointed. I made it to the recipe exact. We found it on the dry side. Too much meat for me. Taste was certainly good, but nowhere near best ever. Quite disappointe.
I had never made a lasagna on my own before and thought it'd be more complicated. 
I *loved* the sauce and could happily have just eaten that over noodles.
My Husband said this lasagna was better than his Mom's...so Thanks!
(4 Stars because I felt it was missing something...though, I couldn't say what. I'll make it again, but play around a little bit with cheeses I think)
As written it is too dry. I would add lots more tomato sauce.
We love this one! We use sliced mozzarella, makes it VERY cheesy!
This was really good, my DH loves lasagna and he said it was&#039;t the best he ever had, he prefers my original recipe that I use, but maybe it was due to me not having all of the ingredients. I didn&#039;t have as much cottage cheese as it called for and it definitely could have been a little cheesier. I would definitely make it again.
This was very good. If you want to add another dimension of taste mix in a cup of hollandaise sauce to the Ricotta Cheese mixture and it just pops with flavor.
This was wonderful. I used a combo of ground beef and lean turkey sausage for the sauce. After one taste of that fabulous sauce, my husband said he could just sit down and eat the entire pot!!!I ended up cooking extra noodles and some extra sauce and made a regular sized tray for my friend who just had a baby. With the leftover noodles and what turned out to be not very much extra sauce, I made a smaller tray for my husband and I....boy am I glad I did. I ended up adding jarred sauce to the homemade and layered some baby spinich into the casserole to make it more substantial. It was delicious. I can't wait to make the original recipe again, without having to improvise with the leftover ingredients. I think it will taste even better!!!!
Our graduate student son is staying with us this summer. He commented that it was hard to mess up Lasagna. Then he tasted it. He ate his words along with your lasagna. Another great recipe nurse di!!
Ok so this is the 2nd time that I have made this Lasagna and it is my family's absolute favorite! 
I did use smoked sausage instead of Italian sausage. I decided to go with ricotta cheese. I kicked it up a bit with adding Pepperoni to the top layer then the cheese! Oh man it was so good this way and the pepperoni is my boys favorite part! Thanks for sharing this awesome and good recipe!!
This is the first lasagna that I have made that 'stood up'. I did however, add 2 cans of tomato sauce and used cans of diced tomatoes vs the whole tomatoes, just for ease of putting it together. After cooking I simmered in the crockpot for 2 hours. I choose ricotta cheese and we all loved it. Thx 4 sharing :)
Excellent but I used 1 lb of ground deer meat with the Italian sausage and mixed cottage and ricotta cheese. So good.
I thought it was a good basic lasagna recipe that is better then the "back of the box" versions I usually make. This is definitely a dish I would feel comfortable making for guests as I don't have a whole lot of confidence in my cooking skills yet!
I was excited to try this recipe, given all the great reviews. I followed the instructions and used the ingredients (in my case, ricotta) as listed. The lasagna came out very dry. I was really disappointed. The sauce is missing liquid. If I were to make it again, I'd add a large can of tomato sauce and maybe some beef broth.
I had to make a lot of changes because of what I had (or didn't have) lying around the house... I omitted the sausage and cans of whole tomatoes. Instead of tomato paste, I used a jar of ragu and a cup of water. I only had a small container of ricotta (16 oz) so I doubled up on the parmesan and added cooked broccoli. DH's mom is from Italy, so I have a lot to live up to and he LOVED this lasagna!! The only problem was the top noodles needed sauce on top because they got kind of hard. <br/><br/>excellent recipe, thanks for sharing! :)
Delicious and so easy to make. I tweaked by browning the sausage separately and then crumbling into the ground beef mixture. I also added garlic powder to same. I'm not a fan of ricotta or cottage cheese, so I reduced the ricotta cheese to 15 oz.. I made two small pans and am freezing one. Great recipe! REVISION: I've now made this lasagna several times with ricotta, and then with cottage cheese and prefer the cottage cheese! Not overpowering at all, although I still use only 15-18 oz. of cottage cheese instead of the amount recommended. I make this recipe at least once a month. :)
I made this yesterday as a special meal for my husband since he came from abroad and wanted to pamper him with his favourite dish :) It was more delicious than I expected and it really deserves more than 5 stars. I made some adjustments as per below but it turned out just as wonderful:<br/> 1. instead of Italian sausage, I used Milan salami as I couldn't find<br/> 2. I used 1/4 lb. mozzarella for the ricotta filling as I didn't have enough<br/> 3. I prepared some white sauce using milk, margarine, salt and flour and topped the lasagne with it. I became super creamy and I only used about 2 table spoons of mozzarella on top of the sauce.<br/><br/>Simply delicious and I WOWWed my husband with it :)
We absolutely loved this dish. I used 2 lbs of the Italian sausage and omitted the ground beef. I also added marinara sauce to the meat mixture. Delicious!!
I though this was an excellent Lasagna. I only had half as much cheese as needed, and used crushed tomatoes since it was on hand. The only reason I docked a star is because I thought it needed more seasoning and I did quite a few modifications. I did let the sauce simmer the full hour, but added additional spices and a good healthy glug of red wine. 

The rest of the family, including the kids really enjoyed it. Will be using this one again, but upping the spices! 

Thanks NurseDi!
I thought the meat/sauce combo was too dry and in turn made the lasagna MEH at best. I'll forego this lasagna in the future for another saucier recipe.
Excellant!! This was easy and fed my family for three days!! I made with ricotta and cottage combined and left everthing else the same. The top layer did get a little hard but it didn't bother me any!! Thanks!!
This was a very good recipe. I followed the ingredients exactly. The only change I made was that I reserved some of the sauce to put on top of the last layer of noodles, then I topped with the mozzarella cheese. Delicious!
Fantastic Lasagna. The flavor was great. We did add about 1/2 lb. of Provolone, not that it needed it but we just had to. I think next time I make it that I will add an additional can of tomato sauce. Thanks for the recipe.
This recipe was GREAT!! My husband is not really a cheese lover, but for this lasagna, the cheese didn't matter. This is definitely a keeper.
This lasagna was good, but by far not the best I have ever had. I thought the sauce was a little runny after only cooking it for 1 hour. I would advise cooking it longer also for the herbs to blend, so the flavors can mix. I'm not sure it's really worth the time and energy it took to make this, never mind the expense! 6 of us agree it's just an average lasagna and it's on the same lines as Stouffer's, and with Stouffer's there is NO work!
Tasteless. Spent 2 hours getting this ready and it was like eating cardboard. Won&#039;t cook it again.
Made this for dinner two nights ago and my husband and one year old son loved it. We are still eating the leftovers TWO days later.
Very Good! Thanks!
I am not a cook but I know how to follow a recipe. This lasagna came out fantastic. My mom would have been so proud (and surprised). I did only one change; substituted a half pound of grass-fed, ground lamb for a half pound of grass-fed, ground beef. Used cottage cheese not ricotta. I can't wait to eat the leftovers. Sooo good!
This was sooooooo good - I accidently had put too many garlic cloves though - about 15 extra...yikes!!! I am seriously a novice cook (NEVER COOK unless i have a recipe type) and I thought a clove was the whole garlic thing, I didn't know it was the small thing. Anyways, we had dinner guests and they raved, but we all had to admit a litttle too much garlic. Next time I make it I KNOW it'll be out of this world! OH and to make the meat sauce less runny, we (accidently again...my husband threw the eggs in the wrong bowl and we had about 1 egg in the meat sauce instead of cheese sauce) put abotu 1 egg in the meat sauce, it was not runny at all, maybe that's why!!
I don't know about "Absoute Best Ever" but certainly "Best I Ever Made" lasagna! We easily doubled this recipe to send one to a friend and one for us. I have to admit, it was even tastier the next day as leftovers!
I love to order lasagna when we go out to eat just because I am too lazy to make my own. I am glad my BF begged me for homemade lasagna this week since this was absolutely delicious. From the tasty and meaty sauce to the way it cuts like a dream... this is a 5 star recipe all the way. My BF doesn't like Italian sausage but when it was mixed in with the ground beef... it just made the sauce tastier than if it had been all beef. I did add in just a tad more canned tomatoes ( just because they were in the fridge and needed to be used up) and loved the fact that it made the lasagna a little "saucier" which is what we like. I used 15 oz of ricotta and the remainder cottage cheese because the store had it on sale... great combo. I topped it with whole milk mozzarella that I sliced thinly... so stringy and gooey delicious. Thanks for a keeper!!!
Super yummy and easy to make. We made it using just hot Italian sausages and it was still super meaty and decadent. I used no boil lasagna noodles and it turned out perfect.
Very good! Not overly saucy, so it holds together well and slices beautifully. Great flavour! My fiance had never had - and didn't think he'd like - a lasagna with cottage cheese, but he really likes this one!

Didn't have Italian Sausage so used 2 lb ground beef. Used fresh herbs in place of dried, and added rosemary to the mix. Didn't have 2 cans of tomatoes so used about a half dozen tomatoes from my garden (diced) with 1 can of stewed tomatoes. For the cottage cheese part I added one thawed and drained brick of frozen chopped spinach as another reviewer suggested to sneak in more veggies, as well as a generous grating of nutmeg (my no-so-secret ingredient for Italian cooking). I also opted to use the ready-to-bake noodles rather than the kind that need boiling, just because they're easier to handle and cuts down on clean up time.

I didn't want to make a full 9x13" pan of lasagna for just the two of us, so I did up two 8" x 8" foil square pans (each of which will feed us for 2 days). This resulted in lots of leftover filling, so using what I had on hand I also got two 6" round and one 4" round pie tins - perfect for single servings! Baked one of the 8" pans to eat right away, and the others went into the freezer for easy suppers later on.

Thanks for a great recipe!
Yuck, Cottage Cheese...onion.....Most of all......CANNED.....Tomatoes!
This is my second time making this lasagna recipe. It was a huge hit the first time with friends and family. This time Father&#039;s Day Party! Best lasagna I&#039;ve ever had!
This is an awesome lasagna and I will be using this lasagna as my main recipe. I used 2 cans of diced tomatoes instead of whole, but my son could still see the chunks of tomato. Next time I will just puree the tomatoes and solve that problem. I also added about 2 to 3 Tbsp. of brown sugar to the sauce, just to sweeten it a bit. It was delicious. I also made this with the garlic bubble bread and it is a perfect match. Thanks for the recipe!!
Made this for dinner last night except used ricotta cheese instead of cottage cheese. Also added about 1/3 cup of cabernet to the sauce. Husband loved it and said it was better than his mother's! That's saying a lot. Please don't tell her.
Scrum-didily-umptious!! Thank you for sharing
Oh my goodness sakes alive!!! This is without a doubt the best lasagna I have ever tasted. I can't rave about it enough. I love the mixture of ground beef and Italian sausage in the sauce. Rich, and cheesy as well. Thanks
Oh wow! This got 20 stars out of 10 at my house tonight :) I love the praise and accolades that follow a yummy dish devoured! :) Thank you for this recipe!!! Everyone loved it! My mom loved it so much she was actually cursing at the table lmao!!!! :) Awesome night. Thank you for making me look good!!!!!
Terrific and worth the extra work. I used one pound each of hamburger and Italian sausage. Will use all sausage next time. Good comfort food and filled the spot. Plenty of leftovers, too. Can't wait to eat it the second time around.
Really yummy! I added half ricotta and half cottage cheese. I also added a tomato paste can full of water. Next time I will probably double the sauce to have some on top and any leftover sauce would make great sauce over spaghetti!
I screw up, in my last review. Did not follow the instructions as written. Cut the vegetables to fine. (Leave in chunks) do not use a blender. I had 3 people for dinner tonight they gave it *****
I made this for Christmas Eve dinner and it was a hit! I used cottage cheese in place of the ricotta and I didn't cook the pasta since I made it early in the day and it was saucy enough that the noodles came out perfect. Several people asked for the recipe and I will gladly pass it along. Thanks for sharing, ratherbeswimmin'!
My husband said this was the best one I ever made. Was impressed with the flavors. Just a bit salty for me, but this will be the one I make from now on. Thanks for the recipe.
This was great although I only gave it 4 stars since I changed some things a bit according to other reviews. First I halved the recipe to use in an 8x8 dish. There&#039;s only two of us so it&#039;s plenty enough for dinner and leftovers. I used half a pound each of the meats, added an 8oz can of tomato sauce, 6oz of water and half tablespoon of brown sugar to the sauce before simmering. I added a good pinch of salt to the ricotta mixture but my own personal taste wishes I had added a bit more. I layered some meat sauce on the bottom of the pan first and used standard lasagna noodles that I left uncooked. (I had to break off the ends of the noodles to make them fit but it turned out great...I was a little nervous it wouldnt) I continued to layer, making sure I had meat sauce to cover the top layer of noodles so they wouldn&#039;t dry out. I covered with foil, cooked for 45 minutes and then uncovered to top with the mozzarella cheese. I continued to cook uncovered for 25 minutes and then I let it cool and set for 20. It turned out amazing and I&#039;d be happy to make it again. It&#039;s a keeper!
The name of this recipe says it all! The preparation is a bit time consuming, but well worth it! I will be making this again. Thank you so much for posting this excellent recipe!!
Bought tomatoes sauce from my local Italian bakery, it was amazing. Cheesy, saucy, good enough for thirds!! I did use the cottage cheese since I had it, and I do sometimes prefer it that way.
Loved the sauce. Easy and taste great. I used less cottage cheese and meat, just because that is what my family is used to. The only thing I would do different in the future would be to used a little less salt in the sauce. It was to tad too salty for me. Thank you for sharing this. It is sure to become a regular in my kitchen.
WOW!!! I dont normally write a review for a recipe but this is so DELICIOUS that i must! 5 stars for sure!!! I am so excited about this recipe and it will be the only lasagne I will ever make again!
Thanks Nurse Di! This lasagna was the best. I've tried several in preparation for a wedding & this one got the highest rating from my "taste-testers"! I used hot italian sausage but am using mild today for the wedding. I used only one egg in the cheese mixture without any problems.
Thanks again, this one's definately a keeper!

was AMAZING the family loved it! like someone else commented i added a little sugar to the sauce. i also added some lawrys salt as well. 5 STARS!! lovedddddd it!! best lasagna ever!!
I used 28 oz crushed tomatoes, the chopped 6 fresh tomatoes, also added a can of tomato sauce. (We like ours more saucy),. Yum yum
This was very delicious, I assembled it on Thursday night, baked it Friday night and enjoyed leftovers over the weekend! I prefer more sausage than ground beef, so I used 1 pound of sausage and half a pound of ground beef and I thought there was plenty of meat and cut down on the salt per other reviewers.
Excellent! Really enjoyed the meaty gravy and compiled a "best of" from the other comments on this board. I used half cottage and half ricotta cheese and found it to be a great combination. I used uncooked pasta (not oven ready) and it turned out perfectly. I added 1 can of tomato paste full of water to the gravy and baked it for 35 minutes covered with tin foil and 25 minutes uncovered. Let stand for 20 minutes and it was not messy at all. The pasta soaked up all the extra liquids. Wow.
This is an excellent lasagna! I halved the recipe thinking it was enough for a family of four, and leftover for me the next day. Bad idea, we finished it in one sitting. Made another and I think it tastes even better after a few days, the flavors meld together wonderfully!
We absolutely loved this lasagna. I had a nice recipe and while it's very good, it's sloppy and doesn't hold together very well. THIS one, however, held together and was perfect. I will unashamedly admit that I had the leftovers for breakfast this morning. :)
Wow and wow again. Hands down the best lasagna I have ever tasted. Beats any that I have tried in the numerous Italian restaurants I have eaten in. The sauce is meat-filled and very well seasoned. This is so full of cheese which makes it rich and delicious. It tastes even better the next day. Simply amazing. Thanks Nurse Di.
This lasagna was good. I thought it needed more cheese filling, but it was gobbled right up! I will make it again, but I think I will "beef" up the cheese layer a bit. Thanks NurseDi. YUM!
It was the first time i made Lasagna, and it tasted so gooood, absolute best ever, nice &amp; cheesy, thank you the whole family loved it, just remember to cover with tin foil before cooking, thank you again
Very good. I used a lb. of sausage and added about a cup of diced mushrooms & a cup of squash & 1/2 cup total of diced carrots/celery, to amp up the veggie quotient.
We made this tonight and sadly it wasn't the best we've ever had by far. The cottage cheese didn't quite fit and we thought ricotta would be much better. The pork sausage was very fatty and next time we'll just use beef. Otherwise it was still tasty, just not a 5
Loved it... next time I will add more tomato sauce since my noodles really soaked it up over night.
Double WOW for this recipe. I made your lasagna for our romantic Valentine's dinner. I used 1 lb. ground beef and 1 lb. Italian sausage, just because we really like Italian sausage. This is a meat-lover's dream come true. The sauce had wonderful Italian flavor and there was a whole lotta cheese which is how we like it. I can't wait to make this again and invite some friends over. Great one.
I made this last night and wow, was it amazing. I added more garlic to the meat as well as to the cheese mixture. More fresh pepper. I added spinach and fresh basil to the dish. Added tobasco to the meat and to the cheese mixture as well for a bit of magic. Every single person ate at least two helpings. My uncle never clears his plate
You are right!! This is Absolute. I used your recipe and followed it just like you have it. Very Very good..I will not change nothing. Thank You for sharing. Hugs
This is now our preferred lasagna recipe, minus the mozzarella & italian sausage. Thanks for posting!
SO yummy, love the combo or the sausage and hamburger. Very good leftovers, my boyfriend approved!
This is simply the best lasagna I've ever eaten. Thank you for the recipe !!!
This has been my go-to lasagna recipe for over ten years. I wanted to double-check the time requirements, so I quickly looked it up online. I was dismayed at all the recent low reviews and quickly realized that the recipe had been altered. I went back to my printed copy and noticed that the 2 (6 ounce) cans of tomato paste were no longer listed. Also, the recipe used to recommend 24 ounces of ricotta OR cottage cheese. I've made with each and sometimes a mix with great results. I've submitted a correction in the hopes that future users won't have dry, bland sauce.
I hate to give this only 3 stars but it just wasn't great to us. There was too much meat and we all agreed that it tasted more "frozen dinner" than homemade. To be fair though, I am Italian and grew up eating my grandmother's VERY labor intensive, homemade down to the noodles, lasagna. This just didn't taste as fresh or authentic to me. BUT, it was quick and easy so I will probably make it again with the following adjustments: half the meat, double the garlic, fresh tomatoes instead of canned, and I'll add more pepper.
I made this yesterday and it was AWESOME!! It is a bit labor intense, but well worth it! This yielded 12 pieces, so we have dinner for a week. Delicious recipe, no changes needed!
Very good lasagne recipe. I don't have a lasagne pan so I used a 9x13 pan. It took 9 lasagne noodles. I used 15 oz ricotta and 8oz cottage cheese. I had some cheese mixture left over. In the meat mixture, I only used 1 can of whole tomatoes, my preference, and 1 can of tomatoe paste because that's all I had. I added a can of tomatoe sauce. I will make this again in the future. Thanks for posting.
The absolute BEST ever! The recipe is perfect and it left my family begging for more.
Meatiness, fantastic. But too much marscapone :( i&#039;d try a 3/4 cheese mix by volume next time to get to a happier place for my preferences. That said, easily the best lasagne I&#039;ve ever made.
I really never put reviews for anything. This lasagna was fantastic, I added 3 cans of diced tomatoes instead of two and a little sugar in the tomato/chopmeat mix while it was simmering to reduce the acidity from the tomatoes. I also used the no bake lasagne pasta and cut up some red bell pepper with the onion and garlic.... came out fantastic, will make this again with different types of cheeses.
This was the first time I ever made lasagna, and it was definitely a big hit! We ate it for 3 nights! This will be my go-to recipe for the holidays!!
I have never really used a recipe for lasagna-- I just put it together, but I have to admit this is much better!
I had a Lasagna Party and tried out 4 differnt recipes this was rated the best. Thanks
I decided to try this for my nephew and baby girl. My baby is funny about some cheese so I was skeptical but I love lasagna and all types of cheese. Needless to say it was a hit. My nephew absolutely love it and my baby picked off the noodles just for the filling. My cousin came and got two plates within 12 hours Nd he lives across town. My nephew wants me to make him a batch for his new place. I tweaked it a bit with sour cream &amp; ricotta and it still came out great. Definitely a hit in my home. Will be making again very soon...
Thank you so much for this recipe. I will not rate it though because it wouldn't be fair. Quite a bit of "tweaking" went on and I don't think mine was too much like yours. But I loved it!
Snuck in 2 cups of cubed zucchini into the meat mixture and 4 cups of fresh spinach, wilted and well drained into the cheese mixture. Also greatly reduced the cheese to make it lower calorie. I succeeded in getting it down to 350 cals per serving so that is saying something.
Awesome lasagna! I like alone so I froze most of it. To help prevent the noodles from becoming soggy after reheating or the dish being runny I only cook them half way before putting them in the lasagna. They soak up the juice while cooking & come out perfect every time!
Should come with warning...only make if you're experienced at making lasagna. Directions were confusing and I forgot the tomato paste because of hire they were written. Also I didn't know to put sauce on top or cover with foil before baking...so my to noodles came out crunchy. Will try again though now that I know.
Very yummy and easy to follow recipe thanks!
This was the most delicious lasagna I&#039;ve ever tasted or made, my husband is very happy and he would stop praising my cooking !
I made few changes though, I doubled the amounts of oregano and basil, added 1 tea spoon of sugar to the sauce, its so delicious that you won&#039;t be able to stop eating !
I love this recipe! The only change was small curd cottage cheese for the ricotta, as my HB does not like ricotta. Lasagna was a hit! Great hearty meal that will have many coming back for seconds.
I don&#039;t write many reviews...this one is worthy. My wife is well known for her lasagna and she makes a very good one. I for sure got a raised eyebrow when I told her I had made &quot;The Absolute Best Ever&quot; lasagna for dinner:-)

I did make it exactly as the recipe called for and I have to say that I was very pleasantly surprised. As was my wife:-) If you are not an Italian Grandma you will not likely beat this one!
Easy to follow, great results.
I couldn't wait to make this recipe, and I am so glad I finally did. This is an excellent recipe for Lasagna, and I will definately be saving it for future use. Thanks for sharing it with us ratherbeswimmin'!
This was really really the best lasagna I have ever eaten. I made it for a family celebration. 18 people consumed 2 very large pans and wanted more. This is NOW "MY secret recipe" <3 sssshhhh~!!
Very, very, very good lasagna! Except for a true Italian dish, you must substitute the cottage cheese for fresh ricotta and ther herbs definately have to be fresh. Nice recipe NurseDi! Sorry to criticize, but married to a true italian (1/2 Sicilian & 1/2 Calabres) and would never ever use cottage cheese instead of fresh ricotta. (Could be headed for divorce court if I tried to do that!)

:)
This was my first attempt, I cheated and used bake ready noodles but it was still amazing. the family loved it and seems like it will go in my rotation for big dinners
This was passable. My husband and I both thought it tasted bland. After so much time checking on the simmering sauce and waiting for it to be ready, when I tasted the sauce about an hour later it just tasted exactly like what it was "tomatoes with basil and oregano" in it. Too bland for our tastes. I had to add in a lot of other spices and seasonings to get a more robust tasting meat sauce. I used half ricotta and half cottage cheese for the cheese mixture, and overall the lasagna was just..."ok".

I did like the fact that I was able to cut it without the layers falling apart.
 
Thanks for the sharing, but we probably won't make it again. Sorry...
Do you add the 2 cans of tomato sauce with the chopped tomatoes or eliminate the chopped tomatoes and use sauce only?
Sick of eating gross frozen lasagna, so gave this a shot. All I can say is....wow, very delicious! My husband is a picky eater and he really loves it! A friend of mine also tried it and was impressed. Definitely going to be regularly cooked here at my house. I used ground turkey instead of beef, crushed tomatoes with basil and tomato sauce.
The &quot;headline&quot; is absolutely correct ! It IS the best lasagne ever !!!! Served it the first time as a comfort food for friends coming off the airplane to stay for a visit.&lt;br/&gt;Are going to serve it for the 2nd time to friends for lunch. Since the weather has gone down in temperature it feels like a good choice. Hope for 2nd success ......
Will definately make again!
I have made this recipe a few times - it is excellent. I like lots of cheese &amp; added (had to sneak it in) about 3/4 cup crumbled blue cheese which added extra flavour. Wowed everyone. Marlene
Defintely the absolute best ever lasagna.
This is the best lasagna ever. My boyfriend thought it was good too!
This was my first time ever making lasagna. I made sure to carefully follow the recipe exactly, so no changes to it on my part. I have to say that I had no idea how expensive and laborious it is to make lasagna - I didn&#039;t have a lot of the ingredients on hand, so had to go to the store to pick up whatever I was missing, and the total was about $50, excluding of course the stuff I already had. The total time from start to finish, including all prep work and letting the lasagna rest for 20 minutes after baking, was around 4 hours. It was WELL worth the money, time and effort though! This was, hands down, the BEST lasagna I&#039;ve ever had! My wife agreed and said I am the official lasagna maker from now on. Her sister had previously held the title for best lasagna, but she said I stole the crown. Since most things are even better the next day, we can&#039;t wait to see how it tastes tomorrow!
Didn't use sausage and wouldve been even better had i. Delicious! used diced tomatoes and sauce and added extra water.
THIS IS THE BEST! LITERALLY BEST! I cook this for my boyfriend every time he wants lasagna. It is his favorite food, and I have tried different recipes. He is VERY picky and this recipe has BLOWN us both away. He LOVES it and so do I! It is worth all the time and effort put into it! Thanks for saving my bad cooking!
Delicious lasagna. I added tomato sauce because I like mine saucier. Overall a great meal!
Fabulous, authentic... there are shameful restaurants claiming to be Italian that serve overpriced lasagna that does not come even close to this marvelous recipe made EXACTLY AS IS! PLEASE, make it once as it is written, savor the FRESHLY made taste, then savor as the flavors blend and deepen over the following days... can it possibly just keep getting better? Seems so. After making this AS IS ONCE, feel free to tweak the ingredients to suit family preferences should you find it necessary: we might add 1/4 cup of red wine & just a bit more Italian herb seasoning. BUT, this might be the BEST LASAGNA I've have since college days (forty years ago) when invited to the home of a frat brother (Italian) to shoot pool and eat Mama's home cooking!
I never write reviews for things but I just had to for this! I've been wanting to make lasagne for so long and I finally decided to do it today. I literally typed into google best lasagne recipe in the world haha and this was the second I think.. I followed it exactly except I didn't use parsley because I didn't have any but oh my god! It's amazinggg! Literally one of the best lasagna recipes I've ever had. The amount in this recipe was enough to make that size pan they said plus I had enough to make another small pan because I accidentally took out to much beef and macaroni lol.. But yay more for later. Highly suggested!
510 people cannot be wrong! This is the best lasagna I&#039;ve ever had!
Mediocre results for a time intensive recipe. We expected &quot;Wow&quot; but got &quot;Ehh&quot;...I immediately had memories of Costco frozen lasagna, comparatively speaking. I used quality beef sausage and cheeses from whole foods, making this a bit of a pricey medeocre dish.

I was drawn to this recipe based on reviews. It&#039;s ALL meat no vegetables unless you add as several of us have. I figured adding a good amount of roasted zucchini would make a great lasagna, but disappointed based on the time and ingredients we used. It&#039;s not bad, but there are a lot of better recipes out there. Going back and sticking to veggie lasagna recipes.......
Very good recipe. Tasted delicious.
This really was the absolute best lasagna I have ever made! It was quite simple and very delicious. I added mushrooms to the meat/tomato mixture. I like the idea of adding spinach. I'll have to try that next time. I did find the whole tomatoes a mess to chop so I think I will use diced from now on. It did make alot! My 9x13 glass pan was filled to the brim! Thanks for sharing, I can't wait to make this again!
This was VERY good! I did cut back consierably on the meat- I did about 1/2 lb of ground beef and 1/2 lb of sausage and then added most of a container of chopped mushrooms in place of the missing meat. I also added 2 red jalapeno's. Otherwise, I followed the directions & amounts exactly, and the result was great. Oh, I also added more salt, we like salt, maybe too much. Only thing I would do different next time is to add some hot red pepper flakes, only because we like things really spicy. Thanks so much for posting this recipe.
Made this last night after reading tons of positive and negative reviews. I used ground turkey and sausage, doubled the sauce, added 4 table spoons of red wine, and a few pinches of sugar. Sauce was amazing! Oh, I also used canned San Marzano tomatoes. I made one huge pan and used leftover sauce to make mini spaghetti squash lasagnas. So good! I loved this basic recipe for non cooks like me.
Very good recipe. I did make a couple revisions to the sauce. I added a half pound of breakfast sausage in place of Italian sausage, as I do not care for Italian sausage, and I added 1 tablespoon of sugar to offset some of the acidity from the tomatoes. Came out perfect.
Me and my husband made this and it was amazing. ..i recommend this too anybody...thanks
This recipe is excellent - thanks for posting. I prefer a little more cheese filling so I increased the recipe a bit. I used a deep lasagna pan and a whole box of noodles. I used large Italian sausages and browned them separately to dispose of most, not all, of the fat. Then I chopped the sausages in my Cuisinart.
I used no bake lasagna noodles and it turned out perfectly. Also using fresh mozzarella makes a huge difference. This is a keeper!
Cooked this this evening and all the family loved it! great recipe and easy to follow i did add one tin full of water to the meat and only one pound of meat as per suggested from some of the reviews and it came out just right not too runny or dry. I will defiantly be cooking this again.
Unbelievable!!!! Insanely good, rich, meaty and delicious!
Fantastic. My first attempt at lasagna and it was super easy. The only problem I had (and this may be specific to me and the SO) was we both got a bit of heartburn after. Next time I make it I will be adding a bit of sugar to the meat/sauce mix to balance out all the acid.
This makes a great hearty lasagna. My husband (who is Italian) had serious doubts about my ability to make an 'authentic' lasagna. He loved all of the meat! I, think the key is the quick fresh tomato sauce. I, the less carniverous of the duo think this would be excellent with the meat halved, and some spinach, zuch, and mushrooms added in!
Confusing and incomplete recipe not suited for beginners. The number of comments that suggest significant changes attests to the inadequacy of this recipe. For instance, it is essential to cover the lasagna with foil (I like Release brand so it doesn&#039;t stick to the cheese) to avoid having the top turn into an inedible, impenetrable crust. I&#039;ve been making lasagne for at least 50 years and can do it blindfolded standing on my head, so the sketchy directions here are not a problem. However, I hate to think about all the disappointments this caused for beginners. The America&#039;s Test Kitchen lasagna recipe is clear, specific, and detailed and gives fantastic results every time. This recipe is, at best, a guide from which to innovate, but some of the omissions are inexcusable.
Wow. This was absolutely amazing. I did two things differently. I added a bit of sugar to the simmering sauce and I substituted Italian Sausage for Smoked Beef Sausage (which I prefer). It was delicious. I served it to 6 of my guests and they all believed it to be the best they had ever had! I will be using this as my main lasagna recipe, every time.
My family loved it!! And I love having leftovers!! The flavor was amazing. I used cottage cheese instead of ricotta. We will definitely be saving this recipe.
WOW!!!! If there was a better rating than 5 stars this recipe would deserve it. The meat sauce was delicious and so easy!!! I took this to a friends house for dinner and expected to bring some home and I came home empty handed, the lasagna was devoured. I made the recipe exactly as it was written. I used a disposable aluminum lasagna tray and it made 4 layers of noodles so it was a deep dish lasagna, and felt like it weighed 10 pounds. Thanks for posting!!!!
Very good recipe. I added spinach to it and left out the sausage. I will use this recipe from now on when I want a meaty lasagna.
I have failed to make a good lasagna until I tried this recipe! It's AWESOME! I cut the salt down to 1 teaspoon in the cheese mixture because of the previos reviews. It was still to salty so next time I will omit the salt all together out of the cheese mixture. I also added some brown sugar to the sauce mixture. This is an UNBELIEVABLE recipe. So easy to follow. Thank you NurseDi for this wonderful recipe...I can now make a FANTASTIC lasagna thanks to you! 

12/27 I made it again and omitted the salt in the cheese mixture all together and it was PERFECT. I have to tell you NurseDi this is the most wonderful lasagna recipe ever, thank you so much!
Ok, I wouldn&#039;t classify myself as a lasagna fan, that being said I&#039;ve always wanted to make it for the challenge of it. I&#039;ve been told my whole life that making lasagna was a difficult and daunting task. This was not only relatively easy to make but it was DELICIOUS!!!! It made a huge batch, in fact we because we are only 2 adults and one child we thought to freeze what was left over, but it was gone within 2 days!!!! We never even got a chance to freeze it! I followed the recipe exactly and was super pleased, however, upon later appraisal of the dish we decided that it was a tad dry, the next time we make it (hopefully tonight), I will add more tomato and another layer of sauce as a last layer under the cheese for more moisture! All in all though this is an AMAZING recipe!!! Good Show!!!
The only change I made was the addition of sliced mushrooms. This was fantastic. It served 4 very hungry adults and 2 of us ate leftovers willingly and eagerly for 2 more days. This is a keeper. Thank you for making me a star at our Italian dinner.
Ok..some reviewers seem confused, unless the author revised the recipe I just read. One said it call for too much salt, saying shouldn't add to meat then more to cheese. I didn't read anything such. It calls for 1tsp in meat sauce, period. Also, many said it needs to be covered with foil first..well, the recipe states to cover it for the first 40min. I am not sure what those reviewers were talking about! I will say the paste and can of water tip is useful, as well as covering top noodles with just enough sauce to not dry out..but in recipes defense, it does say to cover noodles completely or they will.
This was pretty good. I added nutmeg to the cottage cheese which was really nice -- might've been nice w/ fennel too. There wasn't enough cheese for the amount of meat called for. I would double the cheeses/eggs. Additionally I think the basil quantity should be cut in half. It makes the dish too sweet.
Absolutely amazing! Thank you for such a wonderful recipe!
I found this and am making it now! it smells SOOOO GOOD :)
Love this but we use half cottage cheese / half ricotta and use the oven ready lasagna noodles. So easy! Add about 1/4 cup of red wine to the sauce too!
This lasagna gets rave reviews every time I make it. I substitute ricotta for half the cottage cheese, add a bit of red wine to the sauce, and a small can of sliced black olives to the sauce as well.
Very good and very easy...doubled the recipe and it was all gone in days. &lt;br/&gt;Added a little brown sugar to the sauce, half and half with the cottage cheese and ricotta cheese and it was perfect. &lt;br/&gt;And the left overs were even better.
I don't know how anyone could rate this any lower than 5 stars. This is an excellent lasagna recipe!! I will definitely have to say that it is the BEST EVER lasagna and the ONLY lasagna I will ever be making again. My family LOVED that the sauce wasn't too "tomatoey" and how VERY cheesy it was. Thank you SO much!!!
I did not use any ground beef, only 1 lb of Italian sausage. Everything else was exactly the same. My family says it is the best lasagna I have ever made! Thanks for making me look great! Having the leftovers for lunch today. No question I will make this again!
Love it. Love it.
This is a keeper.
Well, I modified the recipe because I don't like cottage cheese (nor ricotta). In fact I don't like a lot of cheese in general. I used bechamel sauce instead (I think my recipe made about 17-18 ounces sauce) in place of the cottage cheese. I also cut the mozzarella in half... it was great and just right for someone who doesn't like cheese. Thanks for a fabulous recipe. : )
Followed everything, came out very bland, didn't like it.
I made a few alterations. I added more meat as my husband is a meat lover (but don't tell him I used ground turkey in place of ground beef!). I also added about 8 oz of cabernet sauvignon to the meat mixture before I started simmering as I was worried I might not have enough juice for the additional meat. The last alteration was a can of mushrooms to the meat sauce. It turned out excellent - it truly is the best lasagna I've ever made. Next time I'm using all turkey meat as the flavor of the sauce was so good I don't think my husband would notice.
My favorite recipe. thanks!!!! absolutely perfect!
I've been searching for the perfect lasagna recipe for years and this still wasn't it. My husband thought it was "good" and I rate it as mediocre. I thought it just needed more of something...I added more garlic and a little sugar and I used ricotta cheese. If I make it again I'll try cottage cheese. I would like it to be much juicier...mine was dry.
This was awesome! I cheated a little and used the low-fat Ragu alfredo sauce in place of making a bechamel and it turned out perfect. This is my new go-to!
This is wonderful and it did really stay stacked up when serving. Like others, I used diced tomatoes, along with the paste. I tried half cottage cheese, that I let dry on paper towels in the fridge for an hour or so, and I slathered Ricotta on the no boil noodles like peanut butter on a cracker. Since I couldn't decide between Ricotta and Cottage, I went with both! It was delicious, and enormous and got raves from all who sampled the leftovers as well.
Raves from the family. I added mushrooms, but otherwise made exactly as stated. Perfect consistency, delicious flavour. Highly recommend
Seriously IS the best lasagna ever! I used 1 lb Italian sausage and 1 lb hamburger meat and it was great. I will also never buy spaghetti sauce again- this was so good and so easy. I added a little sugar and extra garlic to the sauce, and I used ricotta in the cheese filling. Thanks for the GREAT recipe!
This was a terrific recipe. I used ricotta instead of cottage cheese and a 29 ounce can of diced tomatoes instead of a can of whole tomatoes that had to be diced. 'Will definitely make this dish over and over again!
Will be making again - followed instructions and it turned out perfectly.
Terrific recipe! I did a few changes. First off I doubled the recipe to make 2 pans. I used 2- 28oz cans diced tomatoes and 1- 28oz can tomato sauce 1 6 oz can paste. I seasoned with dried "spagehetti seasoning" instead of using all of the individual herbs. I also used 3/4 ricotta and 1/4 cottage cheese. This recipe is truly the best ever lasagna. My brother-in-law aka "food snob" was over for dinner and he said and I quote "This is the best lasagna I have ever eaten!" Thanks for making me look like an amazing cook.
Lasagna is my favorite dish and this is the best I've ever made - no contest! I used 1 lb of ground beef and 1 lb Italian sausage. I used cottage cheese. I added maybe a teaspoon of rosemary. It did stack up high and overflowed the pan a little in the oven, but I didn't even mind the mess. I baked it a little longer uncovered so the cheese would get good and melty on top. It was perfect!
My Family loved this. I made a couple of changes, though. I used ricotta chesse instead of cottage cheese. I also added about 1 1/2 Tbls of sugar. Instead of of finishing off with noodles and cheese, I just put cheese over last layer of meat. Otherwise, noodle would come out hard with out any sauce.
Wasn&#039;t impressed. My dh and I thought it was lacking in flavor. i followed recipe exactly as written. Will stick with my old recpie.
I have to say that this was my first lasagna. I brought it to a friend who just had a baby, she and her husband loved it! They were so amazed that it was my first one. This is my new go to Italian dish.
We thought this was really delicious. I followed the recipe exactly (only halved it). The only thing I will change next time is to add more tomatoes. We wanted (for our tastes) a little more sauce in the lasagna. Really delicious, though! Thanks!
This was a good flavorful recipe all in all. I am rating off the recipe given. I gave 4 stars bc the instructions are a little off and after making as is, for taste purposes I decided a few things I'd prefer changing. You'll have to add more liquid depending how long you decide to cook the sauce. I cooked as instructed and found I needed to add about one can of tomatoes worth of water. (Bc the noodles once baked will continue to soak up liquid). I like mine a little saucy. Also, 2 TBSP of brown sugar cuts the and is a must. Might seem like a lot but it's not. To smooth out the sauce I added about 1/3 cup cream (half n half). Bake time and temp worked great. &gt;&gt;Not re: the rating, I prefer to add another 1/2 lb mozzarella than what's instructed on the top bc we like ours cheesy! (Not changing the filling recipe). Great recipe to start and modify how you like. Thank you for sharing it!
This Recipe is amazing. A major crowed pleas-er. The directions walk you through every step taking any guess work out. I'm thinking about making is at least 2 times a month.
The name is not joking, it really is the best ever! It is well worth the time & effort to make. Next time I will make a bigger batch so I can stick some in the freezer.
I have made this Lasagna so many times and can't believe I haven't rated it before now. 5+ stars for sure. It is by far my favorite meat lasagna. It is full of flavor and not too hard to make. Thanks for posting.
I added a 16 oz. package of frozen spinach (thawed) to the cheese mixture (trying to sneak in vegies where I can). My family loved it. Will definitely make it again.
This lasagna is sooooooo good! It was my first time making a lasagna and the whole family was floored by how great it was. I added some fresh basil below the last layer of noodles. Great recipe thanks so much for posting!
The most important thing that I want to point out is that it took my friend and I four hours to complete the prep. However, it made my kitchen smell like it was in the heart of Italy. I do not advise watching a movie while making this recipe because it requires all of your attention. **DISCLAIMER: Have not put it in the oven or actually tried recipe yet.**
So, I am beginning to notice that almost all of my favorite recipes on this website have "ratherbeswimmin" as the author. At first, it was honestly a coincidence (as in this case) but now I actually seek them out. You really have a knack for this! As far as the recipe, this is BY FAR the best lasagna I've ever had. It's a perfect blend of gooey cheese and a flavorful, thick meat sauce. It holds up beautifully after cutting and it tastes awesome. I didn't have time to let mine simmer for the entire hour and it was still great. I can't imagine how good it will be when I make it correctly. Thanks for the recipe!!!
Delicious base recipe. I used ricotta cheese, 2 lbs hot Italian turkey sausage, added 3 oz. red wine, garlic powder and onion powder and simmered for 2 hours. Although my family said the lasagna was delicious, next time I will add the remaining meat sauce to the final layer of noodles and then the mozzarella cheese to prevent the top from being too bland and firm. Thanks for sharing.
Very good! I used some cooked bacon instead of sausage as that's what I happened to have on hand, and 8 garlic cloves! I usually make lasagna with Bechamel sauce rather than a ricotta mixture, so this was a nice change of pace for me. The lasagna noodles I used were pre-cooked, and the next time I will moisten the top layer with something before sprinkling on the cheese - the top layer turned out a bit dry because the noodles were dry going into the oven! Thank you for a lovely recipe!
This recipe is great. A lot like mine, however, I add a pound of mushrooms and I use jarred marinara sauce.
I made the following changes to this recipe: ground turkey/turkey sausage for the meat, 2 cans diced tomatoes for the whole, added one tomato paste can of water to the sauce, uncooked whole wheat noodles. My husband liked the flavors, but said it was a little 'drier' than I normally make...that was probably from my tweaking, and I fixed this the second time I made it. I have made this again, and added one more can of diced tomatoes (3 total) to the sauce mixture, and 2 small cans of water. PERFECT! I use regular whole wheat noodles (not the 'no bake' kind), and I don't cook them before I assemble the lasagna. I like the texture and taste of the noodles more when they are cooked in the lasagna instead of beforehand. The flavors in the recipe are really good and this was an outstanding lasagna!! I use this recipe as my guide, and just tweak it to make it saucier for our taste!!
Delicious!! The best!! I went a little lighter on the meat just for convenience reasons, but still used both kinds. I also used cottage cheese which I pulsed in a food processor until creamy (and added an extra egg to bind the liquid). I have a bunch in the freezer that husband and I will be having for dinner several more times. Just wrapped portions into foil, put into freezer bag, then microwave for several minutes. I'll be making this again.
Yummy! I used<br/>1 lb of Italian Sausage & <br/>1 lb of ground beef, <br/>Cottage Cheese, not ricotta & I used<br/>Barilla no boil lasagna noodles to save me time. Worked great!<br/>A definite keeper!
This is a really delicious lasagna. I went and bought a deep dish aluminum pan so I was able to put 4 layers of noodles, using 15 noodles. Normally I only do 3 layers because I run out of room, but 4 is so much better tasting. I did mix half cottage cheese and half ricotta. Everything worked out in the proper proportions. The flavors were so yummy...I weighed the lasagna and couldn't believe it weighed 16 lbs. Quite a lot of reviewers say it was salty but I didn't find it was at all and I had added the salt when I was browning the meats. Maybe it is the brand of cheese being used that could make it salty. All I know is mine was absolutely delicious !! Also it was perfectly easy to cut and serve after it rested for 20 minutes. Thanks for sharing your wonderful recipe ratherbeswimmin.. Forgot to say I will post the pics I took when I can download to this computer.
Great recipe! I did make some changes. I can't bring myself to leave the fat from beef in recipes. So, I drained the meet before the second step. To make up for lost liquid, I added one 14oz can of tomato sauce and two tomato paste cans of water. I also like my cheese mixture to have more flavor I added a teaspoon of oregano and basil. It was perfect, and not at all runny like previous users claimed. Will definitely use again and again!
Absolutely worst lasagna ever! Save yourself the 2 and a half hours and buy a premade store bought. Super dry. Recommend any other on recipe online.
Definitely the best home-made lasagna that I have made to date, but Italian cooking isn't necessarily my forte. This was really good, but not quite on the same plateau as couple of my favorite Italian restaurants. We still enjoyed this nonetheless. Thanks for sharing!
I see mostly 5 stars on this recipe.I made it today and didn&#039;t care for it. My wifes recipe is much more simple and tastes better. This recipe was too runny... probably from the whole undrained tomatoes. The only different thing I used was ground turkey in place of hamburger, but I did use italian sausage. If you don&#039;t like this, try my wifes more simple recipe: Brown 1-1/2 lbs. of ground turkey &amp; combine in the frying pan, one 24 oz. jar of Ragu spaghetti sauce. In a bowl, combine 2 beaten eggs with a 12 oz. container of cottage cheese. Boil 6 lasagna noodles according to package directions. Spray a 13&quot; x 9&quot; baking pan with cooking spray. I use olive oil spray. Place 3 lasagna noodles on bottom, then top with meat sauce, followed by the combined egg and cottage cheese. Do the same with the next 3 lasagna noodles etc. Top with grated parmesan cheese. I would guess one cup of parmesan cheese or more if you like. My wife just guesses when she makes this. This is simple, the spices are in the Ragu sauce and this is cheaper to make! Everyone likes my wifes lasagna, so give it a try!
This was delicious. I did add fresh chopped plum tomatoes to the sauce. We don&#039;t have good Italian sausage here on the island, so I added fennel, pepper flakes to ground pork to get some of that sausage taste. Came out great!
I LOVE this recipe! However, I use a whole lb Italian sausage and 1 lb lean ground beef, or ground turkey. I use ricotta cheese instead of cottage, I think it makes the texture better. Other than that, I follow the recipe exactly, it&#039;s always a hit!
I made this lasagna last week and it turned out great my whole family loved it.I used ricotta cheese as I did not have any cottage cheese on hand.I will definetely be making this again.Thanks for the recipe
This truly is the best lasagna we have ever had. It was definitely worth the work. I used fresh herbs from my mom&#039;s garden and followed the recipe exactly.
I almost always host Sunday dinners and there are usually leftovers.. Not with this.. Everybody could not stop getting seconds and thirds.. This is definitely a recommended dish in my house now..
AWESOME. I only use 1lb beef and it turns out sooo good!
I'll add my rave review to all the others. Instead of making a lasagna like I always do, I decided to peek at some recipes to see what others do. I usually don't add sausage but decided to go all out. The directions don't say to drain the fat from the browned meat, but I did (and there was plenty of it). I also added about a half teaspoon of fennel seeds because I saw a few other recipes that included them. I used ricotta rather than cottage cheese too. Like another reviewer, I added 1 tomato paste can of water to thin the sauce a little. I ended up using 3 layers of 4 noodles, for a total of 12. It all came out fantastic. My 5 year old ate a huge portion and asked for seconds!
I made this for Christmas Day and everyone loved it! I've made it once before so I had a few modifications. I used only 1 lb. of ground beef....it was a little too meaty last time I made it. I used cans of diced tomatoes and added a small can of tomato sauce. Also used 3 cloves of garlic. I opted for ricotta cheese and used the large package (not sure oz). I did cook my lasagna noodles first and did not have any problems but will try not cooking them next time...save me a step. This is my go-to meat lasagna recipe! YUM
This lasagna is so tasty! The crazy part is it actually keeps tasting better the longer it is left over. It gives the flavors more of a chance to mix together and get stronger. It was very easy to make! I highly recommend this recipe. This was the first time I&#039;ve ever made lasagna and I like it better than any other lasagna I&#039;ve had!!
It was absolutely delicious! I'm not a pasta fan and my family is very picky and we loved it! I even forgot the parmesean cheese and it was still great!! Thanks for sharing :)
I was really disappointed with this recipe. Somehow the sauce/meat to cheese proportion is off. I would have preferred less meat and a little more ricotta with one more egg. The ricotta failed to &quot;set&quot; with two eggs. I cooked mine for 55 minutes and easily could have cooked it longer. Even with letting it rest for 20 minutes, it was a goopy mess. Not appetizing to look at and not as tasty as I expected. Disappointed I spent so much money for an I satisfying dinner.
This was a very good lasagna recipe. It tasted like lasagna, though I'm not sure I'd call it the best I've ever had. Still, it has a wonderful flavor and felt a little less heavy than some of the more common varieties. I'll definitely try this recipe again.
I took out the sausage and added more ground beef, also added frozen spinach into the egg mixture. This dish was absolutely amazing and will definitely make again!!!
the worst discusting recipe the worst and a waste of time to make its not the best its not even deasent
Loved the difference the addition of sausage and cottage cheese made to this dish. Had to use the sausage available to me - Spanish Chorizo - quite spicy - tasted great! Per personal preference, will add undrained, chopped tomatoes later in the cooking process to retain more of the liquid - although the long simmering time definitely develops the flavour more - maybe I'll just add a little more tomato juice - Ready to continue experimening with this very tasty dish! Thank you.
Awesome! I&#039;ve made a lot of pans of lasagna and this recipe is the best. I used the cottage cheese and had to double the sauce because I used my lasagna pan which is a bit larger. I also used the no boil noodles. I cooked it for 40 minutes covered, uncovered the last 5 minutes and let it rest for 20 minutes before cutting it. &lt;br/&gt;Tip: Don&#039;t try to spread the cheese mixture, drop it by the spoonful and leave it.
Not the best lasagna I&#039;ve ever had! Just okay. A bit dry. I definitely have had much better!!!
This is absolutely the best lasagna!! I used all sausage and added an extra egg to the cottage cheese mixture. Baked it almost an hour because we made it the night before. It set up quickly and we were able to cut perfect pieces. Everyone raved about it. Thanks for sharing your recipe with us.
Very, very good. I have never before followed a recipe for lasagna but this time I thought I'd try. I am so glad I did. I used ground buffalo rather than beef and sausage and cooked the noodles extremely al dente. Thx ratherbeswimmin!
Very very yummy! I don't make lasagna very often, but this turned out great. I didn't use the sausage. Thanks for sharing.
Good grief. This is a really, really, really good lasagne. I made it based on the reviews even though the ingredients didn't seem that &quot;wow&quot; to me and I will never make another lasagne in my life. I used spicy italian sausage, &quot;italian seasoning&quot; instead of the parsley/oregano/basil, added aleppo pepper to the ricotta and used gluten free noodles. Otherwise, I was true to the recipe. ;) Winner winner, lasagne dinner. Now if I can just figure out how to make a vegetarian one as yummy for my veggie friends.....
Do not let the 4-star rating mis-lead you. I really believe that 5-star reviews are way too liberally given out on this site. One almost wishes the site would allow for a 4.5 star capability, but I digress....

This is going to replace my current lasagna recipe. It's really very good. Like others, I substituted ricota cheese and I did saute' some mushrooms and some celery and onion together. I also substituted a 1/4 lb ground veal for an equal amount of ground beef called for. I believe, for my taste it gave it more flavor than it would have had.

The sauce was really, really good. I didnt expect it to have the depth of flavor that it had. I would have liked more sauce, but that's a personal taste.

I will make this again, for sure.
I only take a star away from this because my husband found this a little too salty and it was just on the brink for me. Other than that, fabulous! And I must admit that the leftovers the next day were better, once the flavours had more of a chance to blend together, and a piece I heated up for lunch after that was even better!It did mellow out, but I personally will cut back on the salt slightly next time, maybe trying just 1 1/2 tsps. each in the meat sauce and the cheese mixture. I also will cover next time for the first half of baking as mine ended up just a little too browned on top. I really liked the addition of the Italian sausage and it was nice and cheesy! Thanks Nurse Di!
I used ricotta instead of the cottage cheese and it turned out great.
I made this for my family, and it was a big hit. I followed most of the recipe as listed, but added a few substitutions. I used ground turkey and turkey sausage, since our family doesn't eat beef. When using turkey, I use the 85% lean because it has more flavor. However, I still use extra seasoning to make sure the meat has a good hearty taste. I also used Ragu Mushroom Spaghetti Sause and a can of diced basil tomatoes instead of the tomato sauce and paste. I used the extra sauce to pour over the dish, once it was plated. My family loves extra sauce on everything. I must say, this recipe was perfect. We all loved it.
I made this last night and it was pretty easy. First time I had made lasagna. The only herb I used was basil and no sugar. My bf and I loved it and he said it's the best lasagna he's tried. SO GOOD. This will be my go to lasagna recipe.
Delicious! I really liked this particular recipe because the consistency was perfect--not too runny like so many other recipes I've tried before. Thanks!!
This lasagna is AMAZING! Honestly the best I&#039;ve ever eaten. My entire family loves it, even my picky 2 year old. The only differencse I make is that I use 1 pound of each ground beef and sausage and add 2 Tbs of sugar to the sauce, as we like a sweet sauce. OUTSTANDING!
Sad to say yet another online 5 star rated recipe that I followed to the &quot;T&quot; for the first time, and with dinner guests (I should know better by now) It did flow over the sides as reviewer mentioned but also all over the oven bottom (but foil caught most of it but you could smell the burning of the run over yuck) But this turned out dry, just so-so on the flavor and needed a lot more cheese filling. Not one single compliment on the lasagna - thank goodness my other tried and true side dish recipes got good reviews. And now that I look at the calories per serving for this, especially those from fat, wow what was I thinking. There are much better tasting lasagna recipes with much less fat.
I am not able to do much these days, so my fourteen year old son made this recipe with my direction exactly as posted. It is the best lasagna we've had so far. In fact, lasagna along with meatloaf is something I'm always trying to do better. This was it. Thank you. We loved it!
Absolutely amazing lasagna make by personal chef... Everyone couldn&#039;t stop raving over how good it was!
I made two huge pans of this for our Neighborhood Center's Mother's Day celebration and while I didn't actually attend the event, my executive director told me it was "exceptional" and the best lasagna he had ever had. The residents from the neighborhood mowed down on it and there's hardly any left.
This is a perfectly great lasagna no modifications needed absolutely delicious , I don't understand but I guess some people to want complain about everything, if you don't like pork or cheese why did you even attempt to make this recipe? SMH . . . anyways guy great recipe, keep up the good work
OMG, I can&#039;t believe I made something so good from scratch. I don&#039;t think my family will ever go back to frozen! I followed the recipe mostly, using Ricotta cheese. My only change was to use ground venison rather than beef. Made my own lasagna noodles from the low carb pasta recipe on this site and it was great. I think this is closer to 12 servings tho, as my family of 4 barely ate more than a quarter of this. With my low carb noodles I counted this out around 10 carbs each with 12 servings. Delicious! Thanks for sharing.
Made this last week and it turned out nice. Made exactly as written and did not have a problem with being runny. I did use mozzarella slices on top. Thanks for posting!
OMG! I made this for Christmas dinner and it was a hit! I found the recipe very easy. I made the sauce the night before and used 1.20 lbs of ground turkey (couldn't tell, no one noticed) and 1 lb. of Italian sausage. I used half cottage cheese and half ricotta. I added some dried spinach flakes to cheese mixture. Added a small can of tomato sauce. I also liked the person's idea about adding 2 tablespoons of brown sugar. Finally, I used no-boil lasagne noodles for the first time and they came out perfectly. I might try some anise seed next time.
Yes! I'll definitely do this one again. Thanks, whoever submitted.
This was excellent. I made it with 2 lbs of ground turkey breast and some pasta sauce to cut down on the time needed.
It came out pretty good. I left it uncovered for 10 min....the top got too hard...that was the only thing I didn't like, but it was hit with my husband and one of my boys...(only cuz the other 2 are really picky)
Yummy, all i will do different next time is lower the meat amount slightly and do more of the riccotta mixture, but thats just because we're cheese freaks over here.
Excellant!!!! I have made this recipe a few times now... It just dosn't get any better than this...Very easy to make and the taste is absolutely awsome!!! Only change was to reduce the salt to 1/2 t. salt....Thank you for posting this wonderful recipe
The title is just right, it is the BEST EVER lasagna!!! My picky 11 year old wolfed it down and asked for seconds. We had leftovers since this recipe makes a bunch but they quickly disappeared. My husband taunted the other teachers at school with it! Thank you ratherbeswimmin!
Yum... I haven't even eaten the lasagna yet, but I know it's going to be awesome because of the sauce! I used a large 28 oz can of crushed tomatoes, other than that I followed your ingredients for the sauce exactly. I let it simmer for over an hour adding chicken broth every so often and letting it cook down (like a ragu) and then in the end I added a cup of milk and let it cook down again. It is so delicious! I used 1/2 fat free ricotta and 1/2 cottage cheese. Can't wait until it's done! Thanks!!
Great classic lasagna casserole. I doubled the sauce portion of the recipe because I like my lasagna on the saucy side. Didn't quite use all the extra sauce, but really liked it this way. I used the ricotta option. Great for a buffet or potluck.
I made this for my friend for her birthday dinner because she requested something homey. Absolutely perfect! Sooo yummy! My friend loved it and she's not easy to please:) We finished off half of it between three people!! I added a bit more garlic cause thats the way I like it and didn't have time to simmer for the full hour but half an hour did the job. Absolutely gorgeous! Thanks!!
This lasagna was VERY full of taste! I have had so many first here on zaar/food, and this is another one. The sauce part of the recipe was the best tasting homemade red sauce I have tried or made. Smelling the sauce as it cooked was heavenly The recipe is a little fussy, but not difficult at all. Left overs were better the next day. Froze the rest for later. I have defrosted and reheated frozen leftovers and I think the taste suffers not one iota. Better than frozen Stouffers. Just getting around to reviewing, made this the middle of last month. Thanks for posting this recipe ratherbeswimmin!
The name is very accurate. This is by far the best lasagna I have tasted. I am throwing out my old recipe and replacing it with this one. Has loads of cheese and the meat sauce is scrumptious. My husband grabbed me up and kissed me smack on the lips so I know the effect this had on your husband. If anyone wants to mesmerize a man, then just make this. Thanks.
Absolute best ever lasagna? YEP!!! Holy cow, so good! I used 1/2 cottage cheese and 1/2 ricotta, spinach. I added a little water to the sauce because I used oven ready noodles. This is now my go-to lasagna recipe.
The only difference in my homemade lasagna and this one is that I use ricotta instead of cottage cheese. I absolutely LOVE making this and definitely well worth the effort. The kitchen always smells so good when the sauce is simmering and I like the ground beef/sausage combination a lot. :)
Yum!
Great recipe for the meatlover. I tried the recipe with ground turkey and "real" Italian sausage.It came out great but the cheese and meat mixing together was too much for us. I would suggest maybe creating separate layers ...one for the meat mixture and one for the cheese. I must say though...that this recipe can be easily adaptable to substituting the meat for a melange of veggies...zucchini, mushrooms, green peppers mixed in with the tomato sauce. Thanks for the recipe.
I have only made lasagna 2x using a totally diff recipe (w bell pepper, mushrooms & less cheese), and in comparisson this is waayy better. Used smoked turkey sausage, couldnt find Italian, tasted wonderful. After reading reviews my other changes were: 1lb ground beef, 4 garlic cloves, used mostly cottage cheese, a little ricotta but w no parsley, 2Tbs of mayo & 1 egg. My poss future changes would be to replace whole tomatoes w diced, use all cottage cheese & add 2Tbs of brown sugar to meat sauce. Overall it came out delicious. A very tasteful, filling meal. And I only simmered for 35 min (was hungry). I plan to make this again and again. Thanks for sharing. JESUS keep you.
This recipe may be the start of a new Christmas tradition for my friends and family. I was excited to try this recipe based upon all of the reviews posted. I followed the recipe to the letter - used Ricotta - and only strayed just before I placed the pan into the oven by adding a thin layer of Provolone and Parmesan cheeses on top. I served the lasagna along with the Chopped Italian Salad (amazing) by NcMystery Shopper and the Italian Bread Casserole (wonderful) by Brooke the Cook in WI. There was not one morsel of food remaining on any of my 18 guest's plates. Everyone commented on how delicious the entire meal tasted and some even mused as to how shocked they were I could actually cook. All three recipes were easy to follow and recommend all three dishes be served as an entire meal. <br/><br/>I think this is a very good recipe and will make it again for large, casual gatherings.
I made this on Valentine's Day as a special treat. Wow, it was delicious! I followed the recipe exactly as written. Thanks for the great recipe.
Made this last week for dinner. Everyone loved it!! My husband said it was delicious. Preparation was very easy, followed recipe step by step. Thank You!!! Will be making again soon!
SUPER GOOD! I was craving a nice saucy, cheesy lasagna and this hit the spot. I made two changes: the store was out of whole canned tomatoes (!- I know, right??) so I used crushed. I maybe would have liked the sauce a little sweeter but since I didn't follow the recipe to a "T" I'll attribute it to that and I used turkey Italian sausage which is just as good in something like this, I think, and since it's less expensive and lower in fat and blah blah blah. Sum up: great lasagna. Make it. You will not regret it. OH, and it makes a TON. It did 2 heaping pans, an 8x8 and an 8x10 so I froze one for a rainy day.
This was pretty good! I usually make meatless spinach lasagna but this was good for a change. I liked the flavor of the Italian sausage. I will make this again, although next time I will probably use ricotta instead of cottage cheese because I like the texture better, and use a little less meat.
I'm gonna try this for the New Year! Thanks for all the great reviews, I enjoyed reading them all. You all reviews made my decision for me.
We had this for supper last night and YES, it is absolutely the best lasagna we've ever had. I had a pretty good one myself, but this has replaced it. My family loved it! Leftovers tonight! I put this together in the morning before I left for work and cooked it when I got home. It truly was wonderful!
Love this recipe! Everyone raves about it whenever I make it. Tastes really good. I always add tomato paste and always add a little bit more of everything (I measure, then add a tiny bit more without measuring). One thing I always sort of miss though is the top layer. I put mozzarrela on top, but mine somehow doesn't end up looking like the pictures others have posted with a creamy-looking top layer. What do you guys put? Any tips and suggestions to share?
We enjoyed the taste vey good! I think next time I'm gonna add tomato sauce, I miss having a little bit more sauce. Other then that it's great!!
I made this back in June and the title speaks for itself. It makes a lot, I mean, A LOT. I was sad we could not eat it all. Anyway, I blended my beef and sausage together in my Magic Bullet and that was really good. Do not resist adding olive oil or sprinkling some over the top, I can't help it cause I loooove olive oil. This stuff turns out better than any resturant.
I made this lasagna for a church fellowship service today and everyone LOVED IT. I followed the directions just as the recipe said. The flavor is very on the spot. The sauce is very soft, does not taste like can tomatoes as other recipes I tried in the past. I did use 4 fresh tomatoes to give it a fresher taste and balance out the meat quantity on the sauce. The ricotta cheese mix was a bit short to cover up two layers. Next time instead of 24oz, I would use the whole 28oz of ricotta. Anyhow, delicious!
My youngest son requsted Lasagna for his Birthday dinner. I am bad about using a recipe and have just made it from my head. He loves to cook and wants a recipe so decided it was time to follow one. This was the best, I followed the recipe exactly and my family loved it. Personally I would cut back a bit on the salt in the sauce and the chees mixture maybe half it but other than that this was fabulous and my family said it was the best Lasagna i have ever made.
Amazing, made for the holidays this year and everyone enjoyed.
This is by far the best lasagna recipe... The meat sauce alone could double as spaghetti sauce. Yum yum!
So good! We made it for our friends that just had a kid and they said it was the best meal that they had dropped off for them. We added crushed red pepper, and would probably do mushrooms next time.
I have made this recipe 7x now and will continue to do so until I can't afford it! I make 2 full pans eacheck time and take one into work to share with fellow supervisors. I do change recipe some. I add 1: 8 ounce can of tomato sauce and I use both ricotta and cottage cheese so I am doubling the cheese!
We loved it! I have made this quite a few times now with different variations. I prefer it with cottage cheese. I love the sauce too but I have to admit that I've used jar sauce when I'm limited on time but I add the herbs to freshen the flavor! I have also used the no bake noodles with good results - you just have to be sure that the noodles are completely covered with the sauce. Thanks!
This Lasagna is the absolute best ever. I used oven ready noodles so I added 14 1/2 oz. of water to the sauce mixture for more moisture. I also added 1 Tblsp of sugar to the sauce. I used 32 oz of ricotta with 3 eggs & adjusted the seasonings for the cheese mixture accordingly. (We love cheese). I put a layer of sauce on the bottom of the pan first, (10X15X2 Coringware Roaster), then placed a layer of the oven ready noodles and so on, finishing with the sauce on the last layer of noodles and topping with some more parmesan cheese remaining mozzerella. Covered with foil and baked for 40 mins, removed foil and baked 10 more minutes. Gave 15 mins to rest and served. I had never used the oven ready noodles before and will now never boil lasagna noodles again. Awesome! Made 2x in 2 weeks for family/friend gatherings. This recipe is easy and delicious. I will definitely use this recipe again.
Made this for Christmas, everybody loved it. It&#039;s a keeper
Loved this! I make my own sauce and was skeptical about following the sauce recipe but it was a hit. This was my first lasagna and will be my go to recipe - turned out perfectly! The sauce was also so easy to make and delicious I will use it as a quick weekday recipe too.
Made this Lasagna last night, everyone went back for seconds. Was the best I ever made. We will definitely make again!
I made this last night for company...it was wonderful, and it held up great when you cut into it...I had a lasagna that the layers fall apart when you cut into it....I did use ricotta instead of cottage cheese
Usually lasagna is just... ok to me. Not this - THIS WAS AMAZING.<br/>My modifications: Added bacon, used pork sausage, added a little rosemary, marjaram and red pepper flakes, 1/2 tbs sugar. <br/>For cheese I used cottage cheese (drained on paper towel), mozzerella, parmesan and romano. The no boil noodles are legit.<br/>Thanks for posting a great recipe.
I had never made lasagna before, just a beginner in general! I read through quite a bit of the reviews before making, so I put a layer of sauce on the bottom, covered with foil and put extra liquid in the sauce while it was simmering. Unfortunately I also followed the advice that cooking the noodles before hand was not totally necessary...... bad choice!!! haha the top layer of noodles was definitely tough and hard to cut into! Next time I will cook them just a bit AND put a layer of sauce on the very top instead of very bottom, it was a little messier than it needed to be with sauce as the bottom layer. &lt;br/&gt;&lt;br/&gt;Otherwise this lasagna was DELICIOUS and I will definitely be making again! &amp; the sauce smelled AMAZING while it was simmering it was torture! Well worth the time and effort in my opinion. Thank you!
Oh my chubby thighs!! This is the BEST lasagna I have EVER had. No kidding! I didn't make a single change--why mess with perfection! My husband tells me he'd divorce me and marry you to keep eating this and that is HUGE because we are in wedded bliss.
SO GOOD! This was my first time making Lasagna in the oven and not the crock pot. I dont think I will ever do it any other way again. After reading other reviews, here is what I did.<br/>I doubled the sauce (were saucy people) and we dipped our garlic toast in the left over sauce. I used only ground beef, because it is what I had on hand. I used Italian seasoning instead of the other seasonings. 2 TBSP of brown sugar in the sauce. I put my cheese mixture right into my meat sauce. I find it easier to layer that way. It was to die for! I feel like I am going to roll everywhere because I ate so much! Thank you for posting!
This is just amazing, my husband married me for my lasagna too, and ours are pretty much the same except I use Ricotta and Cottage cheese together. We like the HOT italian sausage in ours. I know that this is just magnificent! It does take a little while to make (but I normally make about 4 boxes and freeze it for later), and it's WELL worth it.
Fantastic. I'm vegetarian, so I swapped the ground beef for Morningstar's Recipe Crumbles, and the sausage for Tofurkey's Italian Sausage. We've made this twice now, once with lasagna noodles, once with zucchini strips, and it was fabulous both times! The meat/tomato mixture on its own would be a great on spaghetti!
I've been making the same lasagna for over 50 years - the recipe from Better Homes & Garden. I've always really liked it. Rather than dig out my recipe, I looked on Food.com to see if i could find a similar one. This was really close, but used more meat and more spices. This was awesome - I won't be going back to my old recipe - this is the one I will use from now on. Thanks so much for posting.
I can't believe that I forgot to rate this! I made it for a wake ( actually I doubled it , so that I would have some for my family) My dear hubby got into the burger so I used a pound of bratwurst. I have never used cottage cheese, I used fat free and there were no complaints. Everyone said that it was delicious. So I will definitely make this again!
The only lasagna I make!
Ok so like my mom, I use to make lasagna with sauce from a jar. Well never again. This Lasagna was out of this world! and despite lots of ingredients it was very easy. I used no boil Lasagna noodles for the first time. I definitely will get the ones you boil next time. I had some sauce left over and had it over spaghetti the next day.
good stuff!!!! first time making it and it was a blast!!

oh I think the lasagna sheets should be cooked single sheet at a time..so that it won't stick together...hehe I cooked it all at once!
Wow! This really is the best lasagna recipe I've ever tried! I didn't buy enough ricotta cheese and it still tasted great - can't imagine how it would have turned out with MORE cheesy goodness.

I made two small lasagnas - one for dinner, one for the freezer. Definitely going to make this again. Thanks for the recipe, Carmenskitchen!
You must use ricotta if you want true Italian lasagna. This recipe is delicious if you use ricotta.
We really did like this. I would definitely say it was probably the best homemade lasagna I&#039;ve had! Thanks for sharing. &lt;br/&gt;&lt;br/&gt;I didn&#039;t have the whole tomatoes so I used the same size can of crushed tomatoes.(plus I don&#039;t like chunky tomatoes)&lt;br/&gt;&lt;br/&gt;Update......I just absolutely LOVE this recipe. The best I have ever had!
I have a lasagna recipe that I SWEAR by, so it was hard for me to try something else. I am so glad I did! This was absoloutly amazing, we have been eating leftovers the past two days! I used ricotta cheese, because the store didnt seem to have cottage and it was great. I didnt use as much parsley, mainly because it was fresh and I didnt have time to chop it finely. Thank you for the great recipe, It's definitely a keeper!!!!
I've made this twice so far and both times it turned out wonderful and tasted excellent! The first time I made it with 2 pounds of ground beef and left the sausage out and used ricotta cheese in place of the cottage cheese. The next time I made it I followed your directions exactly. It was really yummy both ways! Thanks NurseDi....
FANTASTIC!!! The meatsauce was perfect..The ritual had been a while since I had made my lasagna, and I needed a visual reminder of how to prepare it. And 5his recipe NAILED IT!!! My family was so pleased with it that they even noticed that the Ricotta Cheese mixture instead of a Cottage Cheese was SOOOO TASTY!!!! I WILL USE THIS RECIPE AGAIN.. DEFINITELY...
I have made this lasagna multiple times. It always turns out great!!! My husband loves it and he is Italian! Not dry, not runny, perfect!
Made this last weekend for a special family get together. It was so outstanding. My guests thought it deserved more than 5 stars. Really, the best lasagna I have ever eaten. The preparation involves a little time but it was worth it. This is the best!!
I used some leftover from-scratch spaghetti sauce, very similar to the sauce in this recipe. Everything else I followed to a T. It turned out perfect! Husband loved it, and even my picky three-year-old likes it.
scrumptious and easy recipe! this was my 1st time making lasagna and it came out perfect. i added fresh sliced mushrooms and a couple dashes of tabasco. this lasted the hubby and me for a wk and leftovers were always tasty. thanks for the recipe!
I thought it was really good. Next time I would double the cottage cheese/ricotta mixture. And 1/2 lb less meat. I thought it was too much meat and not enough cheese. But it tastes very good still.
Unprompted, DH said he liked it! That's high praise indeed. I whizzed the cottage cheese, eggs, pepper, parsley in the food processor to give it a creamier texture--so easy! Also only simmered for about 15 minutes, but still tasted great. Next time, I'm going to try using oven ready noodles, and skip cooking the noodles. That would make this even easier.
This comes together so easily. The most tasty and simple lasagna I've made.
Best ever! Served it at a family gathering and everyone loved it.

I followed the recipe exactly except I used ricotta cheese instead of cottage cheese.
The only alteration I made was using no bake noodles and added 16oz water. I prepared the dish the night before and baked it the following day. It was excellent. I've made many lasagna recipes and prefer this one....bar none!!!
I grew up making this recipe, and have some tips:
1. The longer the sauce cooks, the better. Try cooking it all day or overnight in a slow cooker
2. Use fresh parsley in the filling, it matters! Also, I add Parmesan cheese and mozzarella to the filling
3. I also make a B&eacute;chamel sauce to spoon over the top. It balances out the tartness of the tomato sauce
4. I stuffed shells and manicotti with this also. It makes enough for 4 families and it&#039;s fun to eat
5. To lighten the fat/calories, I use 1/2 ground turkey and 1/2 ground italian pork sausage and low fat cottage cheese.
I am so disappointed with this recipe. How on earth it has so many good reviews is absolutely beyond me. The cheesy &quot;sauce&quot; was so dry it did not resemble anything near a sauce. I was ashamed to serve this and wish I had or stuck to my usual lasagne recipe with Bechamel sauce. This is nowhere near the &quot;best lasagne&quot;, and was not a hit with anyone in my household who tried it. Don't bother.
This was very good, definitely worth preparing again. I made a mistake however, and I want to share it so others won't fall into the same trap. I followed the recipe exactly, except that without thinking I used "no boil" lasagna noodles. I've had great success with them in the past and didn't stop to think about the fact that this recipe calls for just noodles and cheese for the top layer. Well, the no-cook noodles need to be moist or they remain hard and almost brittle. FOR SURE, either boil your own noodles per the recipe or, if you are going to use the no-cook kind as I did, make sure you top the lasagna with sauce and cheese on the top! I was able to "save" my lasagna when I realized what was happening by adding some quickly prepared sauce on top, but it was a nuisance and resulted in a less than spectacular looking dish.
I have made this recipe a few times now and haven't reviewed it yet. This is the best lasagna recipe I have ever tried. Tonight I made the sauce for tomorrow and realized that this makes the best spaghetti sauce also. I am going to have to make more sauce because I turned the sauce into spaghetti and we ate most of it. Thank you for the recipe. It is OUTSTANDING!!!!!
Finally a Lasagna recipe I like. Made it last nite for supper and everyone like it.
I have made this several times and it is perfect every time. It is better than most restaurant lasagnas and gets a 5 star rating from everyone that eats it.
Very tasty lasagna. We really enjoyed this except I found it a little too salty and I'm a salt freak! Love the combo of cheese and meats...VERY HEARTY! My husband loves lasagna with meat and this certainly wasn't lacking! I will definitely make again, just cut back a little on the salt.
My Dad said he wanted Lasagna. I picked this one out of 4 or 5 other recipes. I'm eating it as I type this. Lives up to it's name. No additions needed it was very flavorful without being overly salty or spicy. Will be making this regularly.
I made this recipe a few years ago and recall it having cottage cheese and tomato sauce/paste. I was really surprised when I came back to this link and found those ingredients missing! For the cottage cheese, I omitted it the first time, anyway, so that wasn't a big deal. Instead, I like to add a brick of cream cheese (just like my momma' used to!) The first time it really was a spectacular lasagna, but this time, without the tomato sauce/paste, it was missing a little something. The can of tomatoes, for me, just wasn't enough. Unlike others, however, my lasagna still came out well and not too dry. But, while I will definitely make this again, I'll be sure to add in some more tomato. Also, I used turkey instead of ground beef just to make it a smidge healthier. Good stuff!
cottage cheese?? IMO, who in their right (Italian) mind would ever use cottage cheese in place of ricotta/mozzarella?? definitely sub the ricotta and this is a 5 star recipe.
The title says it all. It really is the Absolute Best!!! My husband said to throw out my other Lasagna recipes :) Can't wait to share this with my friends. Thanks sooooo much NurseDi for a fantastic recipe.
To us this was average at best..made it for a church social..some liked it some didnt..
Followed this recipe exactly (including the foil step) and mine looked exactly like the picture! My boyfriend and I both loved it. It was fairy easy, but you do need the recommended cook time for both the meat mixture and full lasagna itself. In the future I would like to serve this with an extra bowl of sauce which would also come in handy for reheats to keep the lasagna moist. Will make again!
I'm not a lasagna fan but my spouse asked me to make a lasagna and I chose this recipe. One word.... WOW! I'm 46 years old and You have just turned me into a lasagna fan... a definite yes for making this again!

I used grilled eggplant in lieu of the mid-layer noodles and it was a big hit! I know what I will be making for my next pot luck!

Thanks for sharing!
Truly the BEST EVER! I used 1/2 cottage cheese and 1/2 ricotta - it was delish! Also opted not to use the whole tomatoes but rather 1 can of tomatoe sauce and 1 can of water. Turned out perfect!

thanks for a new favorite!
This is an excellent. Recipe. Almost exactly like the one I&#039;ve been making for 35 years. It came from the McCalls Cookbook!
Rave reviews from the family! Made 2 pans of this for Mother's day and it went well. FYI - I made 1 pan with boiled noodles and the other with no-boil noodles. Similar results and taste.
We went meatfree. And this is a great recipe - even without the meat! We added some fresh basil on top of ours before enjoying and it was delicious! Also, I added some sugar to the red gravy, just because I like my lasagna and ziti a little sweeter than I do normal macaroni.
I prepared this on Monday and was nervous going in since it was my first time making lasagna and my husband doesn't like lasagna (I love it). It turned out perfectly and the hubby loved it as did my neighbors that I treated to dinner. It does taste much better than any I've tasted in restaurants. Thanks for sharing.
My friends and I all thought this was great! I added spinach,did half ricotta and half cottage cheese and left a section without meat for my vegetarian friend. It was a hit!
I made this with half meat and half vegetable lasagna. I simply reduced the meat to 1 pound and split everything else into two skillets and instead of using meat, I diced up green and red peppers with some zucchini and simmered. I also used canned pasta sauce instead of tomatoes. The meal turned out great. Could also combine all into one skillet as well...I just needed a vegetarian friendly meal and this was perfect!
Don't look any further,this is the Best..I did fudge with the recipe alittle..I added 1/2 tsp fennel, 1 tsp Italian seasoning and increased the basil to 1 1/2 tsp.I used 1 pound sweet italian sausage and decreased beef to 3/4 pound.I also used ricotta cheese...Everyone loved this lasagna..Laminated this recipe..
I was a first-time lasagna maker, and I totally wowed my husband. I will definitely find the time to make this again. I did half beef &amp; half sausage, half &amp; half ricotta and cottage cheese, added a little brown sugar to the sauce, added spinach to the cheese mixture, and added one extra can of tomato sauce to make it go a little further. I used oven-ready noodles and didn&#039;t add any extra water or anything; as long as all your noodles are covered in sauce or cheese, it should turn out. I covered my noodles with a tiny bit of sauce (all I had left), then made sure everything was covered by the topping cheese, and then covered in foil just to be safe. No crispy noodles for me. I used a really big roasting pan because some people mentioned over-filling a standard 9x13, but I&#039;ll probably go with a 9x13 next time, just to stack everything a little thicker. Seriously, though. No complaints. So good.
Great! DD said it was the best lasagna I ever made. I used 1 sm can of fire-roasted tomatoes and 1 of diced tomatoes. Used the cottage cheese, as that what my family likes the best. Tx for the recipe.
The 1st time I made this, it was so dry and hard that my son poured a jar of salsa over his portions. Thinking it might be my error, I made it again. Nope. Still crunchy and inedible. My suggestion: Go to the NY Times recipe website and find the Regina Schrambling lasagne recipe. You won't be sorry.
Very disappointed ..Is there supppse to be tomato paste or sauce?? Followed recipe and it was very dry and bland.
Wow, amazing! I haven&#039;t made lasagna in a long time and decided to make tis recipe. It was fantastic. I used 1 lb of ground beef instead of 1 1/2 lbs, added some spinach, didn&#039;t buy enough ricotta cheese so I added some plain yogurt. I also used RP&#039;s Gluten Free Refrigerated Lasagna sheets, no boiling, yay. I probably would thin out the sauce a bit next time because I love some extra sauce. I did as others said and let it cool 15 min before I cut it. It was so good that it reminded me of lasagna that I had at an expensive restaurant. Great recipe!
This recipe is amazing! The only bad note is that the meat sauce should also top the final layer of the noodles, or else it dries out very quickly. I also had to add extra sauce (about another can of tomato sauce, 8 oz) because it wasn't very moist. Letting it stand for 15 minutes is just right. The flavor is perfect, exactly the way lasagna should be!
Delicious, filling recipe-no dessert required:) Make sure that when you brown the meats, you drain off most of the fat before adding teh other ingredients(this is for newbies)
Ok, I am trying this for the first time.....still in the oven. I didn't put noodles on the top because I always have the issue of them drying out. So I did meat, cheese mixture, then topped with mozzarella. We shall see! I knew I liked more sauce so I doubled the cheese mixture and almost doubled the meat mixture. Seemed perfect for my pan. I swear that they need to make 9x13 pans taller though because mine is always heaping! I had to add more salt because my tomatoes didn't have any in them and it definitely needed more salt. So I would suggest, tasting your meat mixture as it simmers to see if you like more or less salt or more of the seasonings. It will be delicious I just know it!! And it is really cheap to make IMO.
This is almost identical to our famly lasagna except you add oregano. My lasagna is amazing so with oregano it would be just as great. We're having lasagna for Christmas dinner.
This was a hit tonight. I served it with crusty french bread (#101476) with olive oil and herbs and it was delicious. Great meal. I ended up using 1 lb ground beef and 1 lb italian sausage. Other than that everything remained the same. I had enough cheese mixture and meat sauce left to cover the top layer of noodles with more of both and then topped with mozzarella. Lasagna is a great meal that just takes so much time, but it is worth it in the end.
Best lasagna recipe I&#039;ve tried. I add one more can of diced tomatoes and 1 cup of water to the sauce as I like lots of meaty sauce in my lasagna. It&#039;s a family favorite! My mom even asks me to come make it for her now.
What a perfect lasagna! I followed the recipe exactly except I only used ground beef - I didn't have any sausage. I was amazed at how nicely the lasagna sliced into pieces! FABULOUS! Thanks!
Made this for noon mess today, used about 1/2 cup 
of fresh parsley insted of dried and it turned 
out great. Make sure you let it stand after baking 
as it is a tad bit runny. SCMEDIC

Perfect!! I used leftover sauce (recipe #26217) and I left out the parmesan inside the lasagna. Instead I just sprinkled parmesan on top of it after it was done. I used ricotta instead of the cottage cheese and I used no-boil lasagna noodles. Since I used the no-boil noodles, I cooked the lasagna for 50 mins. I covered it with aluminum foil for the first 40 mins so that the mozzarella on top wouldn't get burnt. This was better than any lasagna that I've ever got at a restaurant!
Would never add dried oregano to a pasta sauce recipe. Oregano is in my meatball recipe - once stirred my sauce forgetting I had the meatballs in the sauce. Broke them up - it ruined the sauce.
I find the cheesy too hard to my liking.
amazing!!!!!!!
Made this lasagna last week and it was great!
First time ever making lasagna last night and it came out great with this recipe. Bout to tear into another piece now.
This was delicious! I loved the flavor of the sauce, very hearty. It made a lot, so I'm going to freeze the leftovers for a night I don't feel like cooking. I don't like italian sausage because of the fennel seed in it, so I used basil and garlic sausage and it turned out great. Thanks for the recipe!
A wonderful recipe that got 5 stars from everyone this Thanksgiving! The mix of ground beef and chopped up Italian sausage made the meat sauce special. I also love that this recipe is so flexible. I added a couple of layers of fresh spinach and substituted some cheddar and havarti I had in the fridge for about half of the mozzerella in the recipe. It turned out great! As other reviewers suggested, I added a bit more liquid (about a cup of water) since I was using oven-ready lasagna pasta. You might need a tiny bit more because I suspect the spinach also helped add some moisture. It was still a thick, rich meat sauce, so I was worried that the pasta would be dry, but as it turned out, it was perfect. 100% success!
This was my 2nd attempt at making lasagna and it came out wonderfully. I dont care for the taste of ricotta cheese and pleased that this recipe didnt include that. Thanks!!
I accidentally used TURKEY Italian sausage. It still tasted great!
Though, I have made this once with pork.. it was better with pork Italian sausage, obviously...
This is so good, and easy! I did half ricotta and half cottage cheese. Instead of making my own sauce, I bought a big jar of spaghetti sauce. Just amazing!
I didn't really love this, I don't like Italian sausage in meat pasta sauces, plain ol ground beef is best for me. I prefer my lasagne classic, with a proper bechamel sauce.
Excellent recipe! This was my first traditional lasagna, and it turned out great. I followed other suggestions and added one tomato paste can of water and used half ricotta and half cottage cheese.
This lasagna has enough four/five star reviews to try at least once, if not more often. The basic meat sauce/cheese mixture is very tasty, and as other reviewers' personal additions testify, the recipe is also very adaptable. The absolute best? I'm not so sure about that, but it is good and easy.
This lasagna is wonderful! I made it for several friends & family and everyone raved at how great it was. The only thing I did different was add 12 oz. of cottage cheese & 12 oz. of ricotta cheese. Thanks for sharing this wonderful recipe!
Very good. The recipe filled two casseroles! So, I froze one, and ate one. I'm hoping it freezes well... I'll be sure to update once it's baked!
Super yummy!! Made it with half ricotta and half cottage cheese. I was nervous about using all cottage cheese but the consistency with half was good. The lasagna even stood up well after cooking and it looked pretty!
If I could give this 10 stars I would. It really truly is the best lasagna recipe I've ever tried (and I've tried a bunch). I'm going to start making the sauce as my spaghetti sauce as well. What a gem....THANK YOU for sharing!
Yummy!!! This lasagna was very good! I made some little changes to have a lower fat and healthier version! Used turkey sausages, whole wheat lasagna pasta, extra-lean beef, low fat cottage cheese. I also added some frozen spinach to the cheese mixture. It was delicious! :)
This turned out amazingly! I used fresh herbs since I had them. I received rave reviews from my family. They said the sauce was nice and light and didn't overpower the meal. I also used fresh mozzarella slices in between layers. I made one with meat and one without. Both were great!
I made this twice so far and we loved it. Best lasagna recipe I've found so far and easy to make.
Well here's my 2 cents worth for a five star. I purchased my ingredients before finding a recipe so I didn't have any Italian sausage. I cut back slightly on the onion because of the quantity of meat that I was using. My sauce was lacking flavour and then I noticed I bought tomato sauce with no salt!! So I had to add some extra salt. I also added approx. 1 tbsp brown sugar to sweeten it up and threw in a splash of red wine. I know I was getting brave. I was short a tbsp parsley when it came to the cheese mixture but all in all this is one excellent recipe. I got rave reviews from everyone especially my SIL since she requested this for her birthday dinner. I know this is going to be the lasagna recipe of choice next time I make it. I can't wait to try it with the Italian sausage.
The lasagna turned out great! Very beautiful and flavorful. My only problem is that meat to lasagna noodle ratio was too high. I wish I either added more lasagna noodles or used less meat. When you bite into it, it feels like you&#039;re biting into a mouthful of meat and cheese (the recipe recalls for 1 1/2lb of beef and 1/2lb of Italian sausage). As much as I like meat, this was an overkill for me. I think next time, instead of using a total of 12 lasagna noodles, I&#039;ll probably use 15 or 18. Overall, great recipe and thanks for sharing.
Outstanding. The only change I made was to use 1/2 the cottage cheese amount and added 12 ounces low-fat ricotta cheese for a creamer blend. The sausage adds such a great flavor to the lasagna. Next time, I will omit the sausage and add pepperoni instead. Served it with garlic green beans, side salad and Texas Toast.
Wow! This was sooooooo good! I made this for at my dh request for a good lasagna- we also invited friends over to share as well. Only change I made was to use ricotta, and i used 1 lb ground beef, 1 lb italian sausage. Served it with sourdough bread and a crisp salad. Everyone loved it and it was even better the next day! Thanks so much!
WOW!!! This was absolutely the BEST!!! I made this tonight for dinner and it was delicious. My DH had 2 BIG helpings and he LOVED it!! Definately something I will make again and again. I followed the recipie exactly and added just a bit of sugar to the sauce. I always do to tomato sauces. BRAVO.
Fantastic! This went over really well at the potluck I recently took it to. The only alterations I made was to add in a few red chili flakes, a tablespoon of brown sugar, and 1/2 teaspoon of fennel seeds. Otherwise, made as directed using ricotta. Thanks for a wonderful lasagna!
Delicious! Followed the recipe perfectly except only used 1 can of whole tomatoes just as families preference and it was delicious, so cheesy! Thanks for the post!
Made this tonight turned out great. I added mushrooms to the meat mix and a single layer of baby spinach before the last layer of noodles. I used no boil noodles next time will not put the last layer before the noodles
Came out well and would make again. Used chicken sausage and less than a pound (.8) and it was more than enough for us. I loved it with the cottage cheese. It made enough for our fam of 4 for a few dinners!
I just recently made this for my *first* attempt at lasagna. I made it for my mother in law's birthday and she's a terrific cook so I really needed it to turn out. It was TERRIFIC! Thanks for an excellent recipe. Delicious, easy to follow, fantastic. Next time I will use a more spicy sausage perhaps or add a little more basil and oregano because we like things hot and flavourful but it was great as is.
In my opinion, the salt content in this makes it almost inedible. I cut back on the salt by one teaspoon based on other reviewer's comments, but it was not nearly enough. I would recommend using one teaspoon of salt in the meat mixture and none in the cheese mixture. Lasagna normally gets devoured in my house, but I ended up throwing most of this out, which was quite irritating considering how expensive it is to make. My other suggestion would be to definitely let it sit for a half-hour before serving, or it really falls apart.
I used slightly more cheese 32oz ricotta and a touch more of the others. Super Delicious Meal! Pared with fresh salad I prepared and fresh Italian loaf from my local super market!
We have made this a few times now and it truly is the best lasagna I've ever eaten - AWESOME!
Don&#039;t be fooled by the over-the-top name! This recipe is mediocre at best! First, the ratios are off and it makes way too much filling for a normal lasagna pan. Second, mixing the eggs with the ricotta and mozzerella cheese gives the cheese a weird quiche-like texture and reduces the gooey, cheesy texture that you want in a good lasagna. Third, the filling isn&#039;t very saucy, mostly just some ground beef with some tomatoes mixed in, and then they top the whole thing with the noodles above the sauce. At least they say to top with mozzerella, but it&#039;s not enough to keep the noodles from drying out! So, if you want a bunch of ground beef layered with some weird quiche-like semi-cheese stuff topped with dried noodles, go ahead and make this dish! I would give this one star, but because they are overselling the recipe with a self-serving, undeserved title of &quot;Absolute best ever lasagna&quot;, I&#039;m taking that one star away!
My husband said this was the best lasagna he ever ate! Thanks for the great recipe.
My first attempt at lasagna and for the hubby&#039;s birthday and it was a huge success with this recipe. He asked me to make sure I made note of any changes I made to the recipe so that I was sure to make it exactly the same the next time. The only changes I made was I used 1 lb sausage and 1 lb beef, a little more cheese and a little more garlic to our tastes. But, basically followed the recipe to a T. So good! Thank you!!!
I'd never made lasagna before and I decided on this recipe for my first try. It turned out wonderful! My husband had been craving lasagna since he got home from Iraq 2 1/2 weeks ago and he was so pleased with the way this turned out! :) I'll definitely be keeping this one!
Was better the next day reheated.
Oh my god this lasagna tastes like heaven. By far the best lasagna I ever had. The testure was a bit runny, it didn't stand still. But it didn't really matter because the taste made up for it. Deeelish!
When I was a kid the local pizza bar made my favourite lasgne, the shop has long sinced closed, but ever since I've been able to cook I have been searching for a lasgne recipe that comes close to that same one, My search is finally over!!!! This is 1000 times BETTER than that old lasgne! Thank You so much for sharing this recipe, My entire family loved it. I took the advice from another review and put some thawed frozen spinach thru the cheese mixture and we all loved it!!!!
Everyone in my home loved it :)
I haven&#039;t tried it but but I jumped when I saw the nutritional facts : 61% SODIUM PER SERVING. Sorry, it&#039;s way too much!
I have always used jarred sauce for my lasagna...not anymore! This was fantastic! I don't know what else to say, the best lasagna I have ever had!
Excellent lasagna. Doubled the recipe and froze one to enjoy later. Thanks!
Excellent lasagna!!! I used Italian style diced tomatoes and the cottage cheese option. The sauce was a little thick so I added more water. I also added spinach to the cheese mixture. All my guests raved about how good this was. Thanks so much for sharing this true keeper.
This ROCKS, I have made it twice in a 1 1/2 an everyone loves it. I'm not a cook, but it is a very simple recipe to follow and I love the meat sauce. I will use it over spaghetti
So rich and delicious, the use of 3 cheeses in the cheese sauce is a brilliant idea. As is the use of two types of meat! I used fresh parsley instead of dried, ricotta instead of cottage cheese and tasty cheese instead of mozzarella, and I cooked the cheese sauce on the stove a bit like a b&eacute;chamel sauce. I melted some butter in the pan first and then added the cheeses, stirring until melted and then added a pinch of nutmeg, about 1/3 milk and then the rest of the ingredients, leaving the whisked eggs until last and stirring consistently so as not to scramble them. Also stirred some spinach through the meat sauce just before making the lasagne layers. Absolutely sensational lasagne! Will never use another recipe again!
I made 3 lasagnas for a special supper for 25 persons and they all loved it. Very easy to make, I did not put the sausage, instead I used 2 lbs ground meat. I also used pre-cooked lasagna. I will definitely make it again. I already gave the recipe to a couple of person. Thank you.
I made this pretty much exactly like it is written. It was good for dinner last night but somehow the flavors melded overnight making the leftovers absolutely delicious today.
BEST lasagna ever is RIGHT! :) this was so good. I substituted ricotta for cottage cheese and might not use whole tomatoes next time but rather chopped or paste, but the taste WAS DIVINE!!! loved it! thanks nursedi!
5 stars! i cant find anything wrong with this recipe sooo good thx!
Sorry! I left a written review and forgot to rate the recipe! 5 stars all the way!!
Just call us your 236th happy customer. My family really enjoyed this. I more or less doubled the recipe and made a few smaller ones for the freezer. Definitely recommend doubling the sauce at least because you could use the sauce for many things. My kids really enjoyed this - thanks!
This recipe was great. I used 1/2 riccota and 1/2 cottage cheese.
This recipe tastes great! I used my crock pot to cook the lasagna in and I used no boil noodles. I couldn't be easier. I did forget the sausage at the store, but it was still delish. Can't wait to try it again!
Lives up to its name - Absolute Best Ever Lasagna. I used fresh lasagna noodles and I followed the recipe exactly. Everyone just loved it.
Thanks for sharing.
Excellent recipe and pretty easy. I cook allot but had never made lasagna before. This recipe was easy and delicious. Husband loves it and requests it often.
my mom made this and it was awesome. only downside is it is quite expensive to make.
Very very delish!! I used 1 lb of beef and sausage drained off must of the oil and followed it pretty much to the letter after that :) I would recommend putting the ricotta mixture into the noodles and the meat sauce over that makes it way easier to spread and make even on each layer :)
Loved it Di!!!!!! Was soooo very good and really rather easy!
Made this today for dinner today and I have a husband who is a perfectionist who LOVED it. I omitted ricotta cheese and sausage. I added mushrooms, red and yellow bell peppers. It came out delicious. Thanks for the recipe.
It was THAT good. I made it the night before and reheated it for a friend's birthday lunch. He said, "2lbs of meat and about 3lbs of cheese! How can you go wrong?" I did use italian seasoning insteaid of the dried herbs and then added more basil to taste. This will be entering the "Favorites" folder.
Normally i dont really like lasagna but this is amazing, so delicious!
i added 1/2 a cup chicken broth when simmering and i omitted the sausage, I have also turned it into a spagetti sauce
This was a very good lasagna recipe. I had to add a bit of water to the sauce while it was simmering, so I will be careful to use the exact amount of meats next time around and have an extra can of tomato sauce ready in case it&#039;s too thick. The spices were perfect and I also covered the lasagna for 25 minutes and then removed it until it was finished. Turned out perfect!
This was great, awesome taste, I made a little modifications, only used one can tomato paste and I added half a cup of red wine and it was spectacular. Thanks so much for a nice lasagna recipe, very easy to cut. Hubby hates cottage cheese, did not tell him it was in here and he did not know at all!!!
Thought it was decent. The sauce was very meaty, but seemed to lack the rich saucy flavor that I like.
I made before leaving for work and asked husband to take out of oven. I received text at work...&quot;Amazing Lasagna!&quot; -- I don&#039;t think I have ever heard him call my cooking amazing. And he comes from an Italian &quot;off the boat from Italy&quot; grandmother. &lt;br/&gt;I used my own sauce that I canned from my summer garden tomatoes. I compiled the rest of the recipe exactly as is. I doubled the batch so I could freeze dinners since I work nights.
Great recipe. Takes a little time for preparation, but well worth it. I was nervous about cottage cheese, since I've always used ricotta, but it was delicious. My family really liked this recipe. It will be made often around here. Thank You.
I have a very picky family. They love this recipe & request it when they are bringing home guests. I double the recipe and put up half of the sauce in a ziplock to freeze. This way every other time I make this there is less than 30 minutes of prep before baking. I prefer not to freeze my cheese so I make the noodles and cheese mixture the day I bake it. I follow the recipe exactly and chose to use cottage cheese.
Absolutely fantastic! Made this for a dinner party and everyone loved it. I did change a few things: I substituted ricotta for the cottage cheese, used 1 lb. each of hot italian sausage and ground veal, and decreased the salt in the sauce to 1 t., and did not add any to the cheese mixture (added extra parm. instead) I also added a bit more mozzarella as I had some extra. This had such well proportioned flavouring; it truly is the absolute best! Will "absolutely" make again!
It was good. I will make extra sauce next time.
I was very happy with the results of this lasagna. I made it for a small dinner party with great success, paired with Caesar salad and garlic bread. Everyone loved it!
This is the first lasagna that I&#039;ve ever made that was really, really good. Other recipes were just okay. I used ready-to-cook noodles and they came out perfect without adding any extra water. The seasonings are right on the money, lots of flavor, and I&#039;m sure it will be even better tomorrow. I used 1# ground beef and 1# mild sausage, so I added a 1/2 tsp of crushed red pepper. And I added about 12 oz of thawed, squeezed-dry spinach to the cheese mixture. I baked it at 375, covered 35 minutes and uncovered 25 minutes. Perfect!! I let it sit for 15 minutes before I cut it. I can finally make a good lasagna!
It was very time consuming but well worth the effort. (I prefer 30 minute wonders) My brother in law was visiting and ate leftovers for two days straight. I used ground bison and bison sausage instead of Italian and beef. YUMMY!!!!
2 lbs bison meat, ricotta cheese and Italian seasoning. Delicious!
I do not like lasagna. I LOVED this lasagna. Enough said, the ratings tell it all. Thank You!
Absolutely great. Would not change anything. Even great reheated.
This is by far the best lasagna recipe I have found. It tasted delicious and the consistency was perfect!
Very good!
